Bréfritari: Þórarinn Stefánsson
Dagsetning: A-1934-06-19
Skrifað á: Vesturheimi

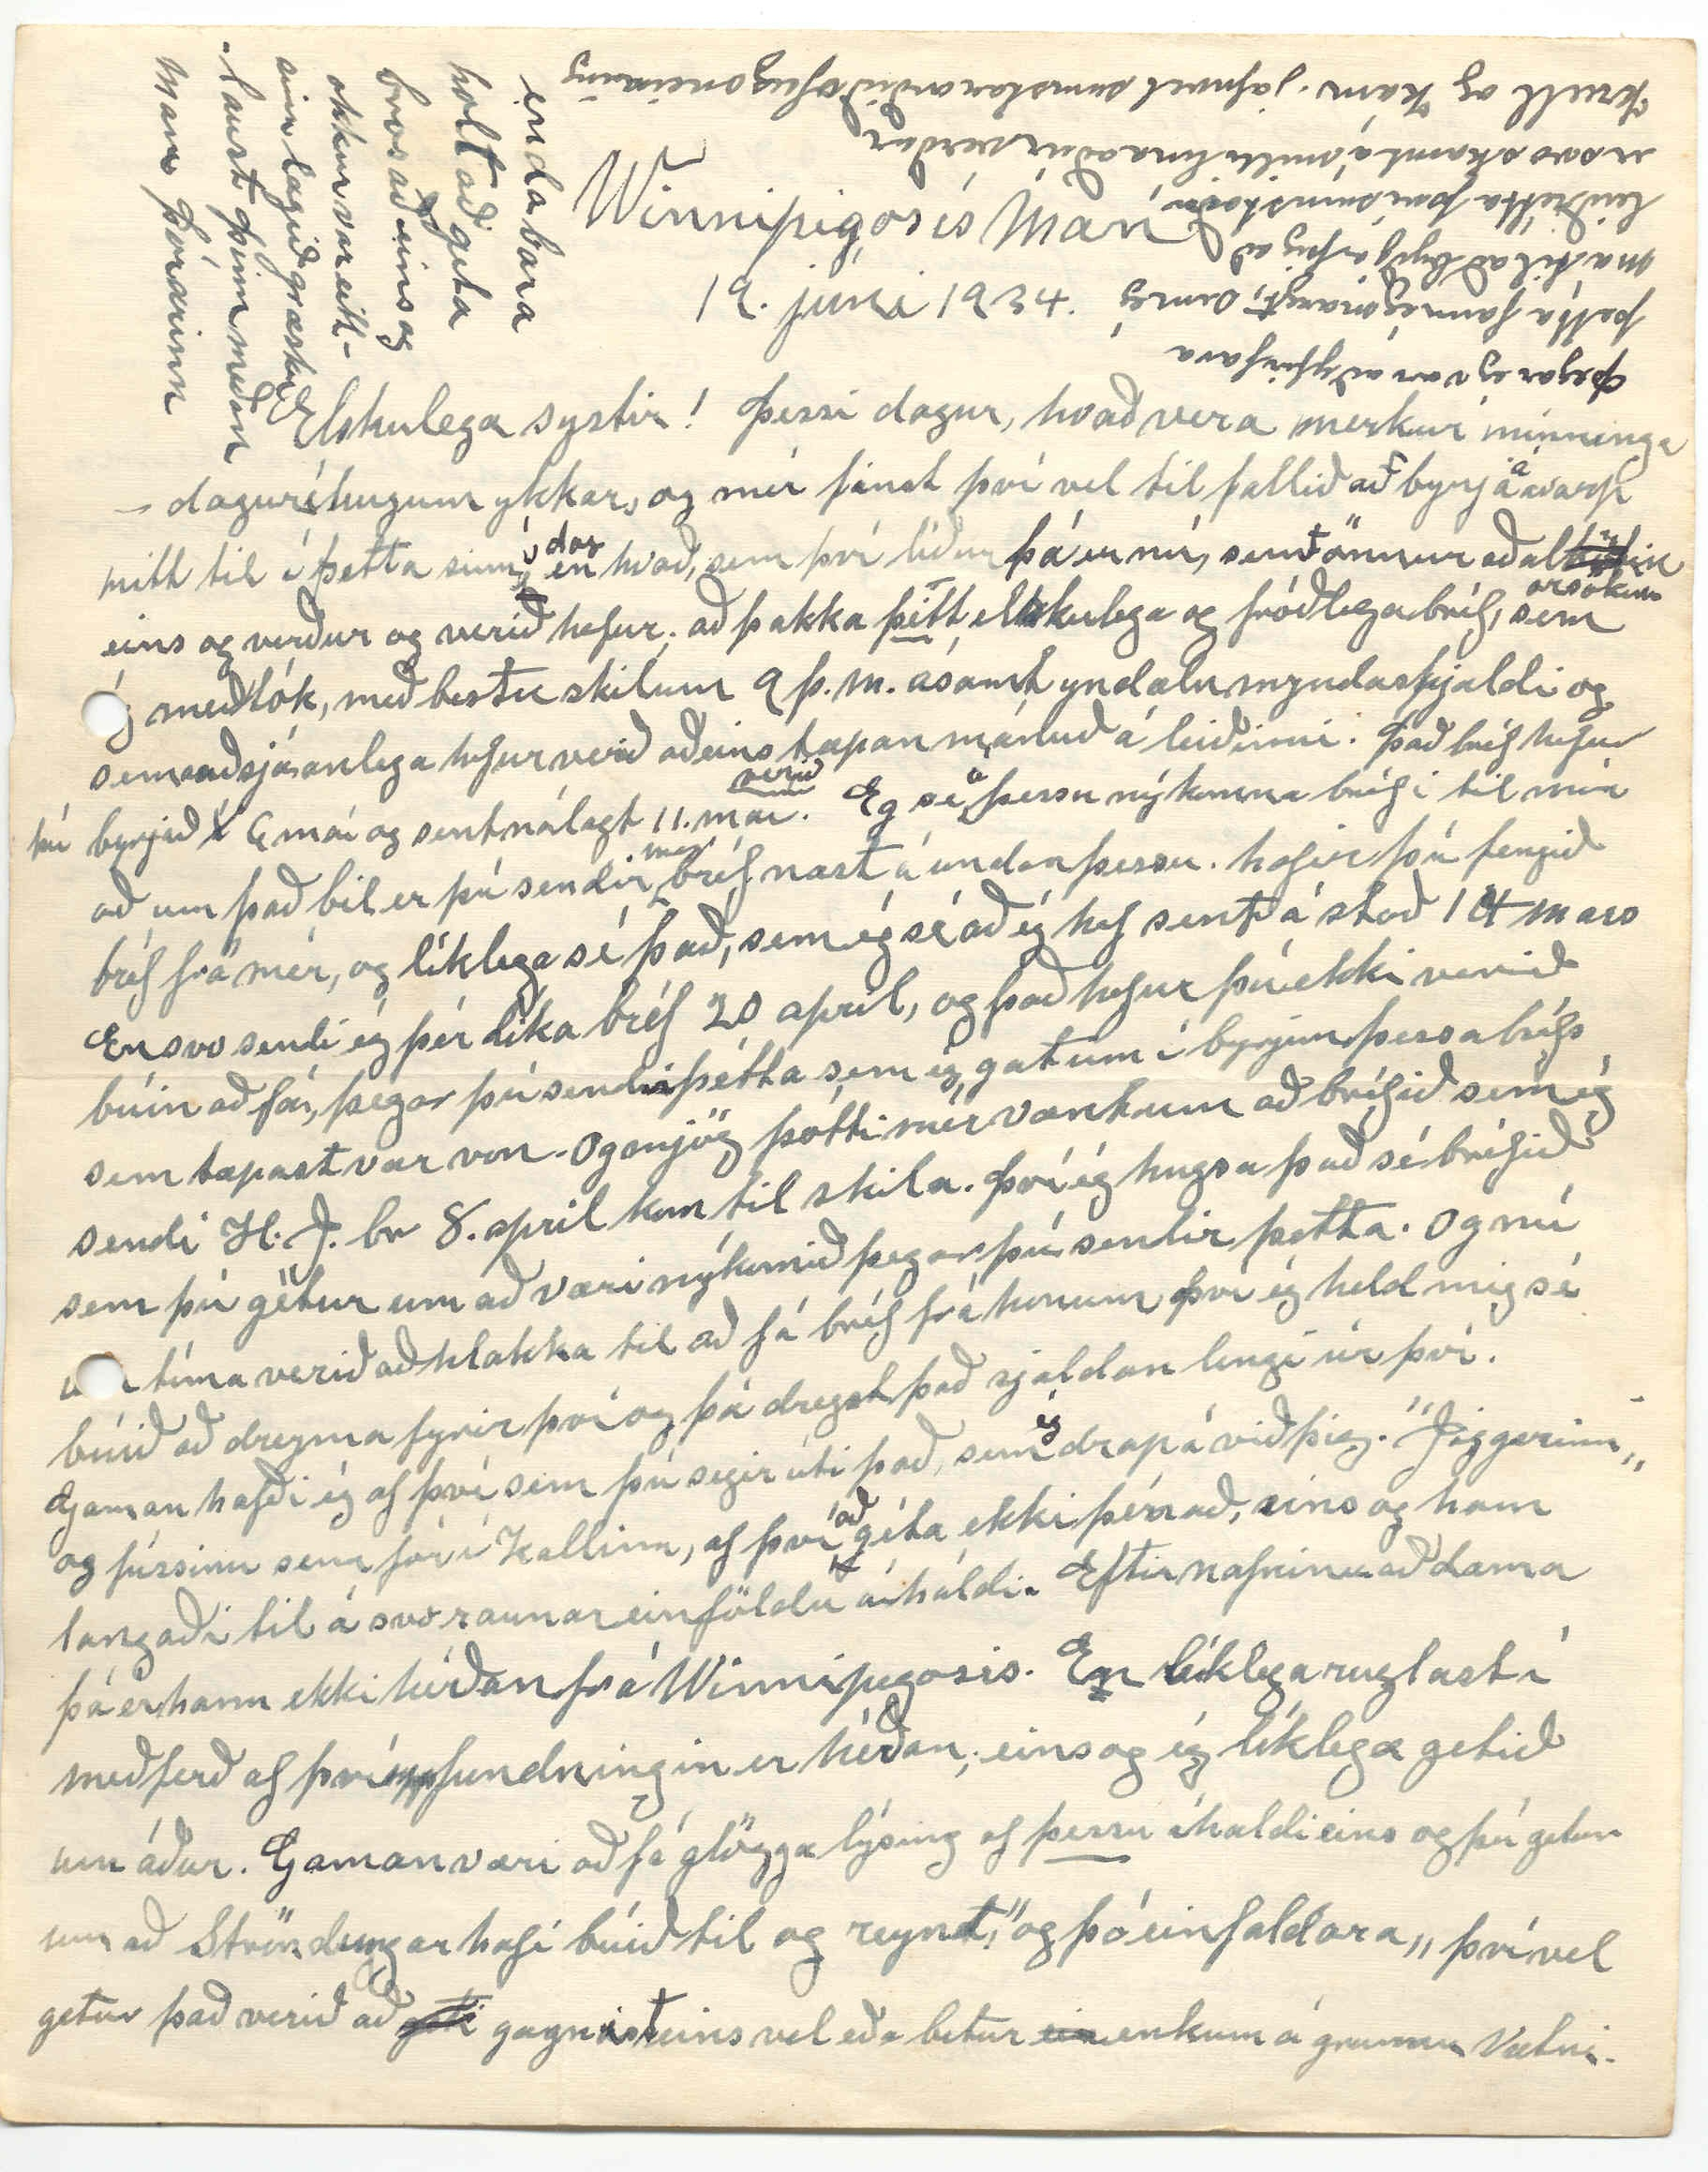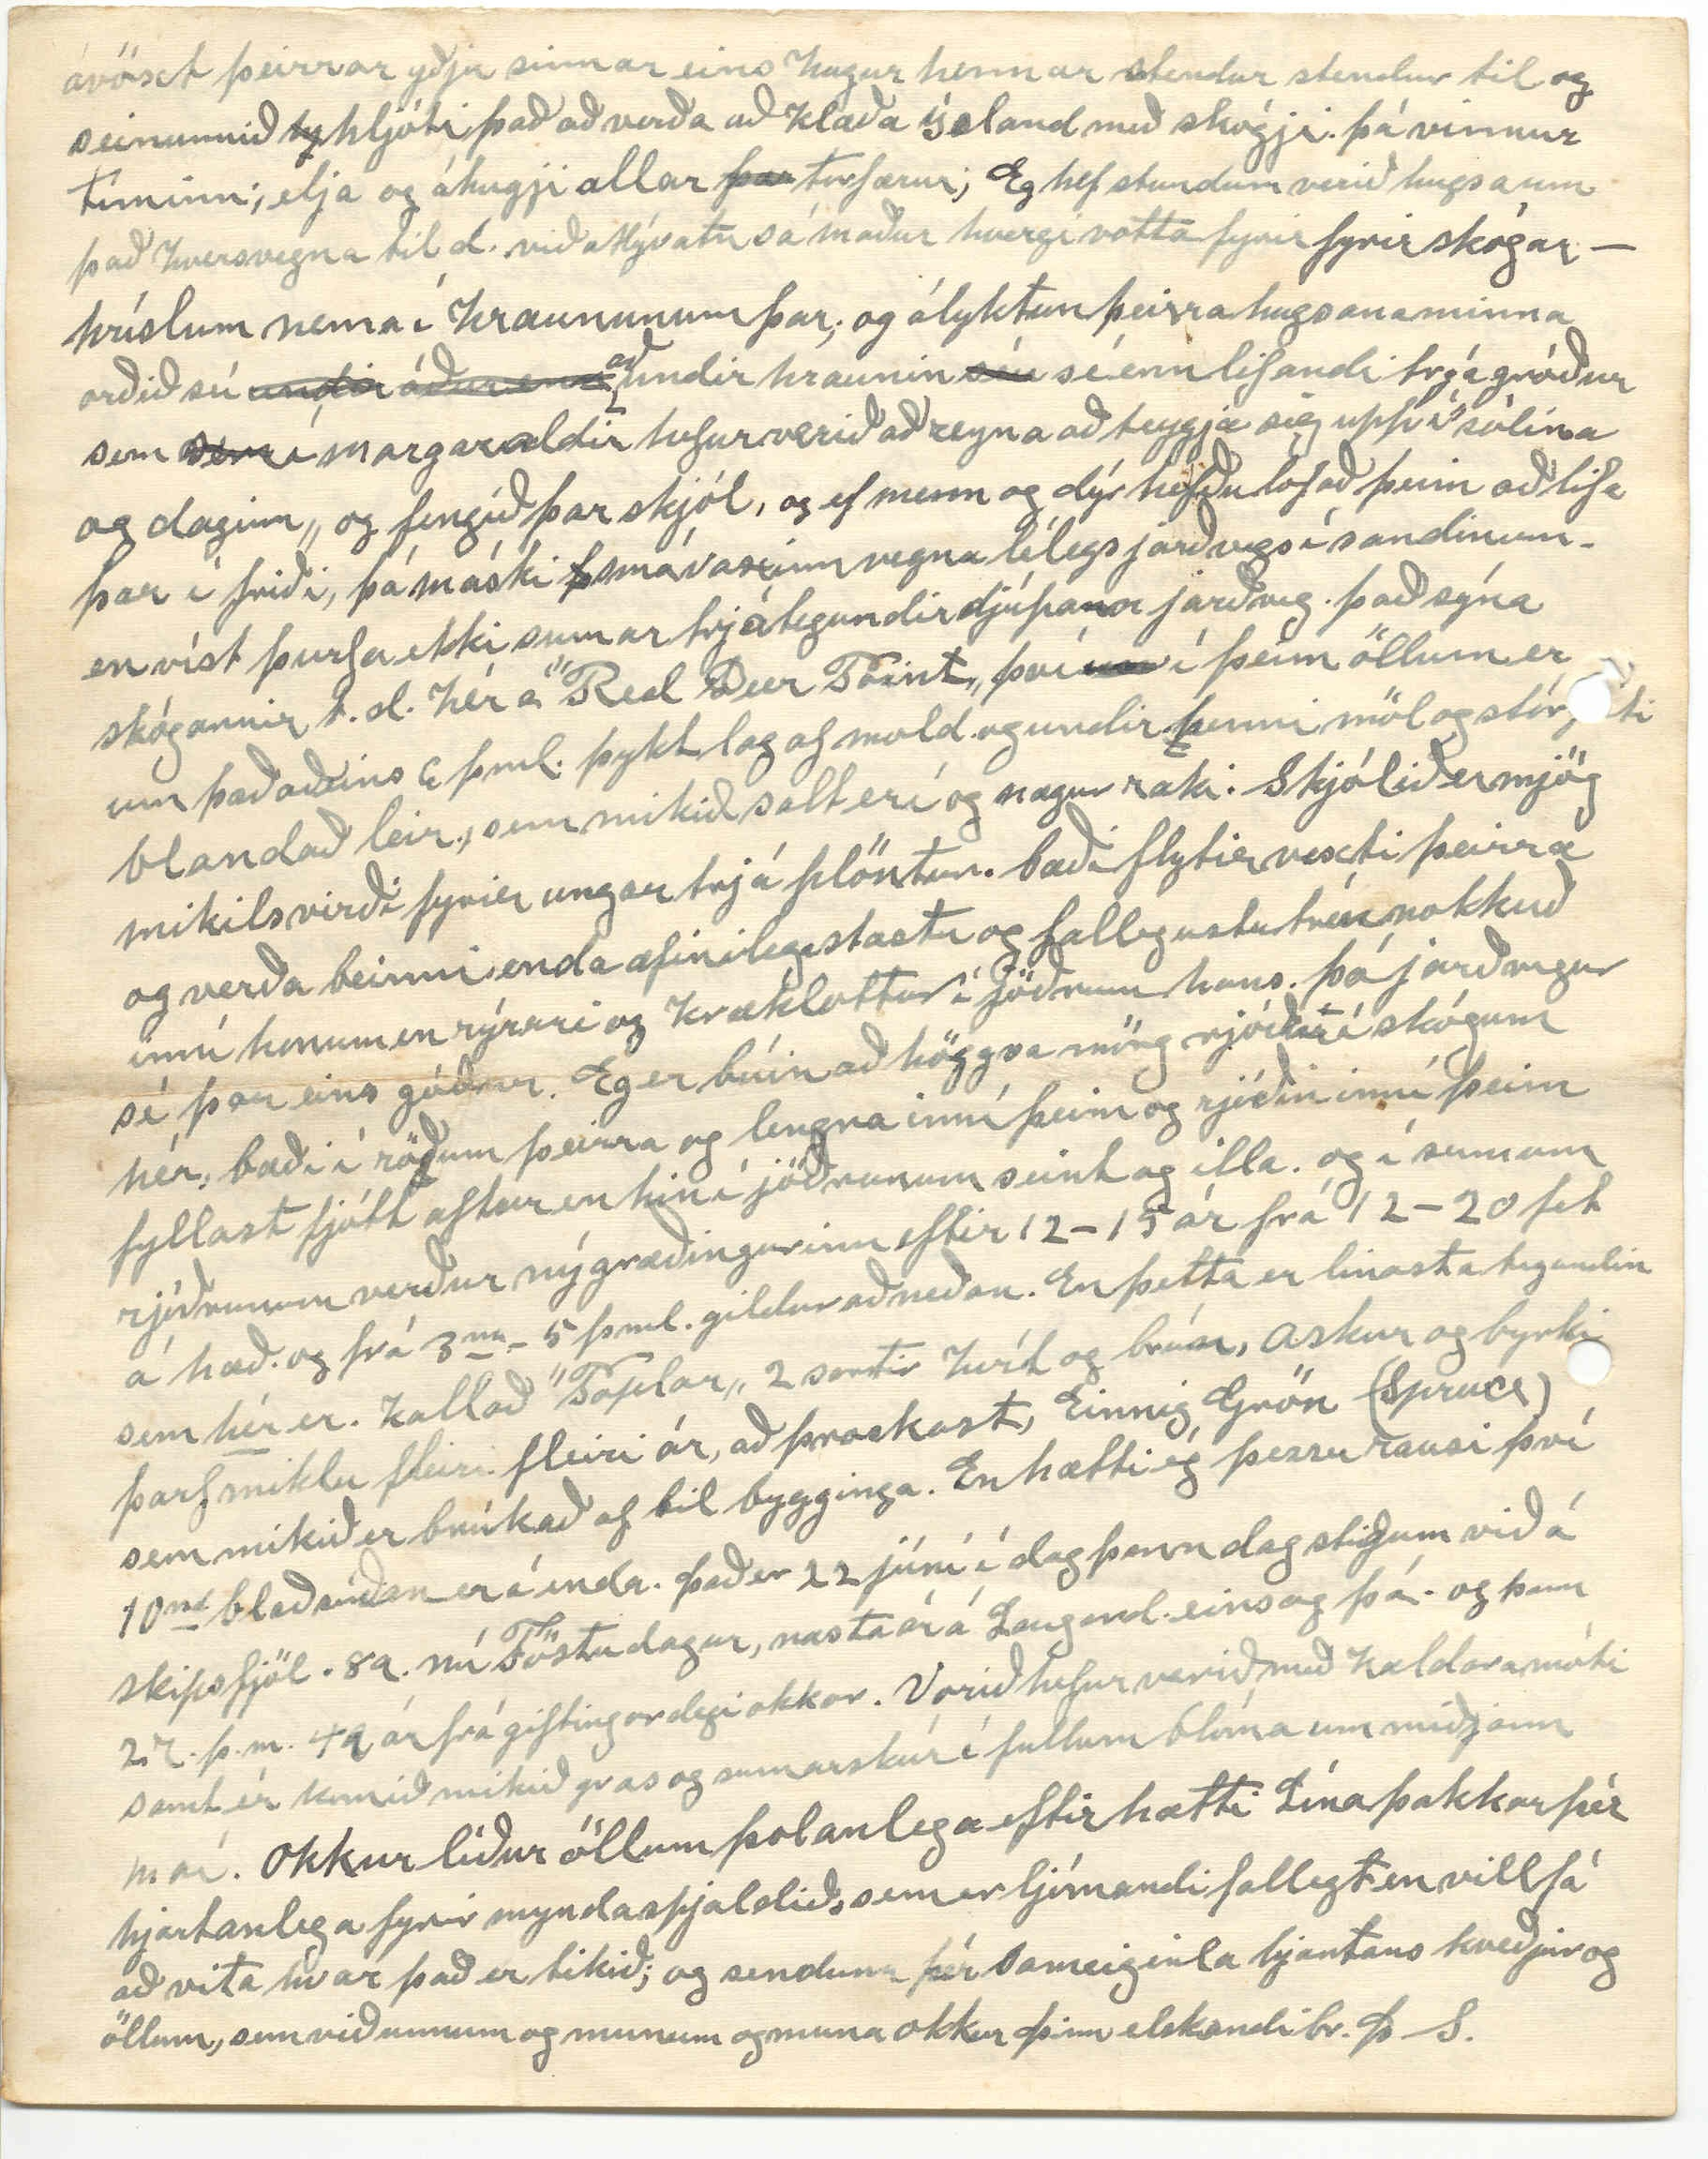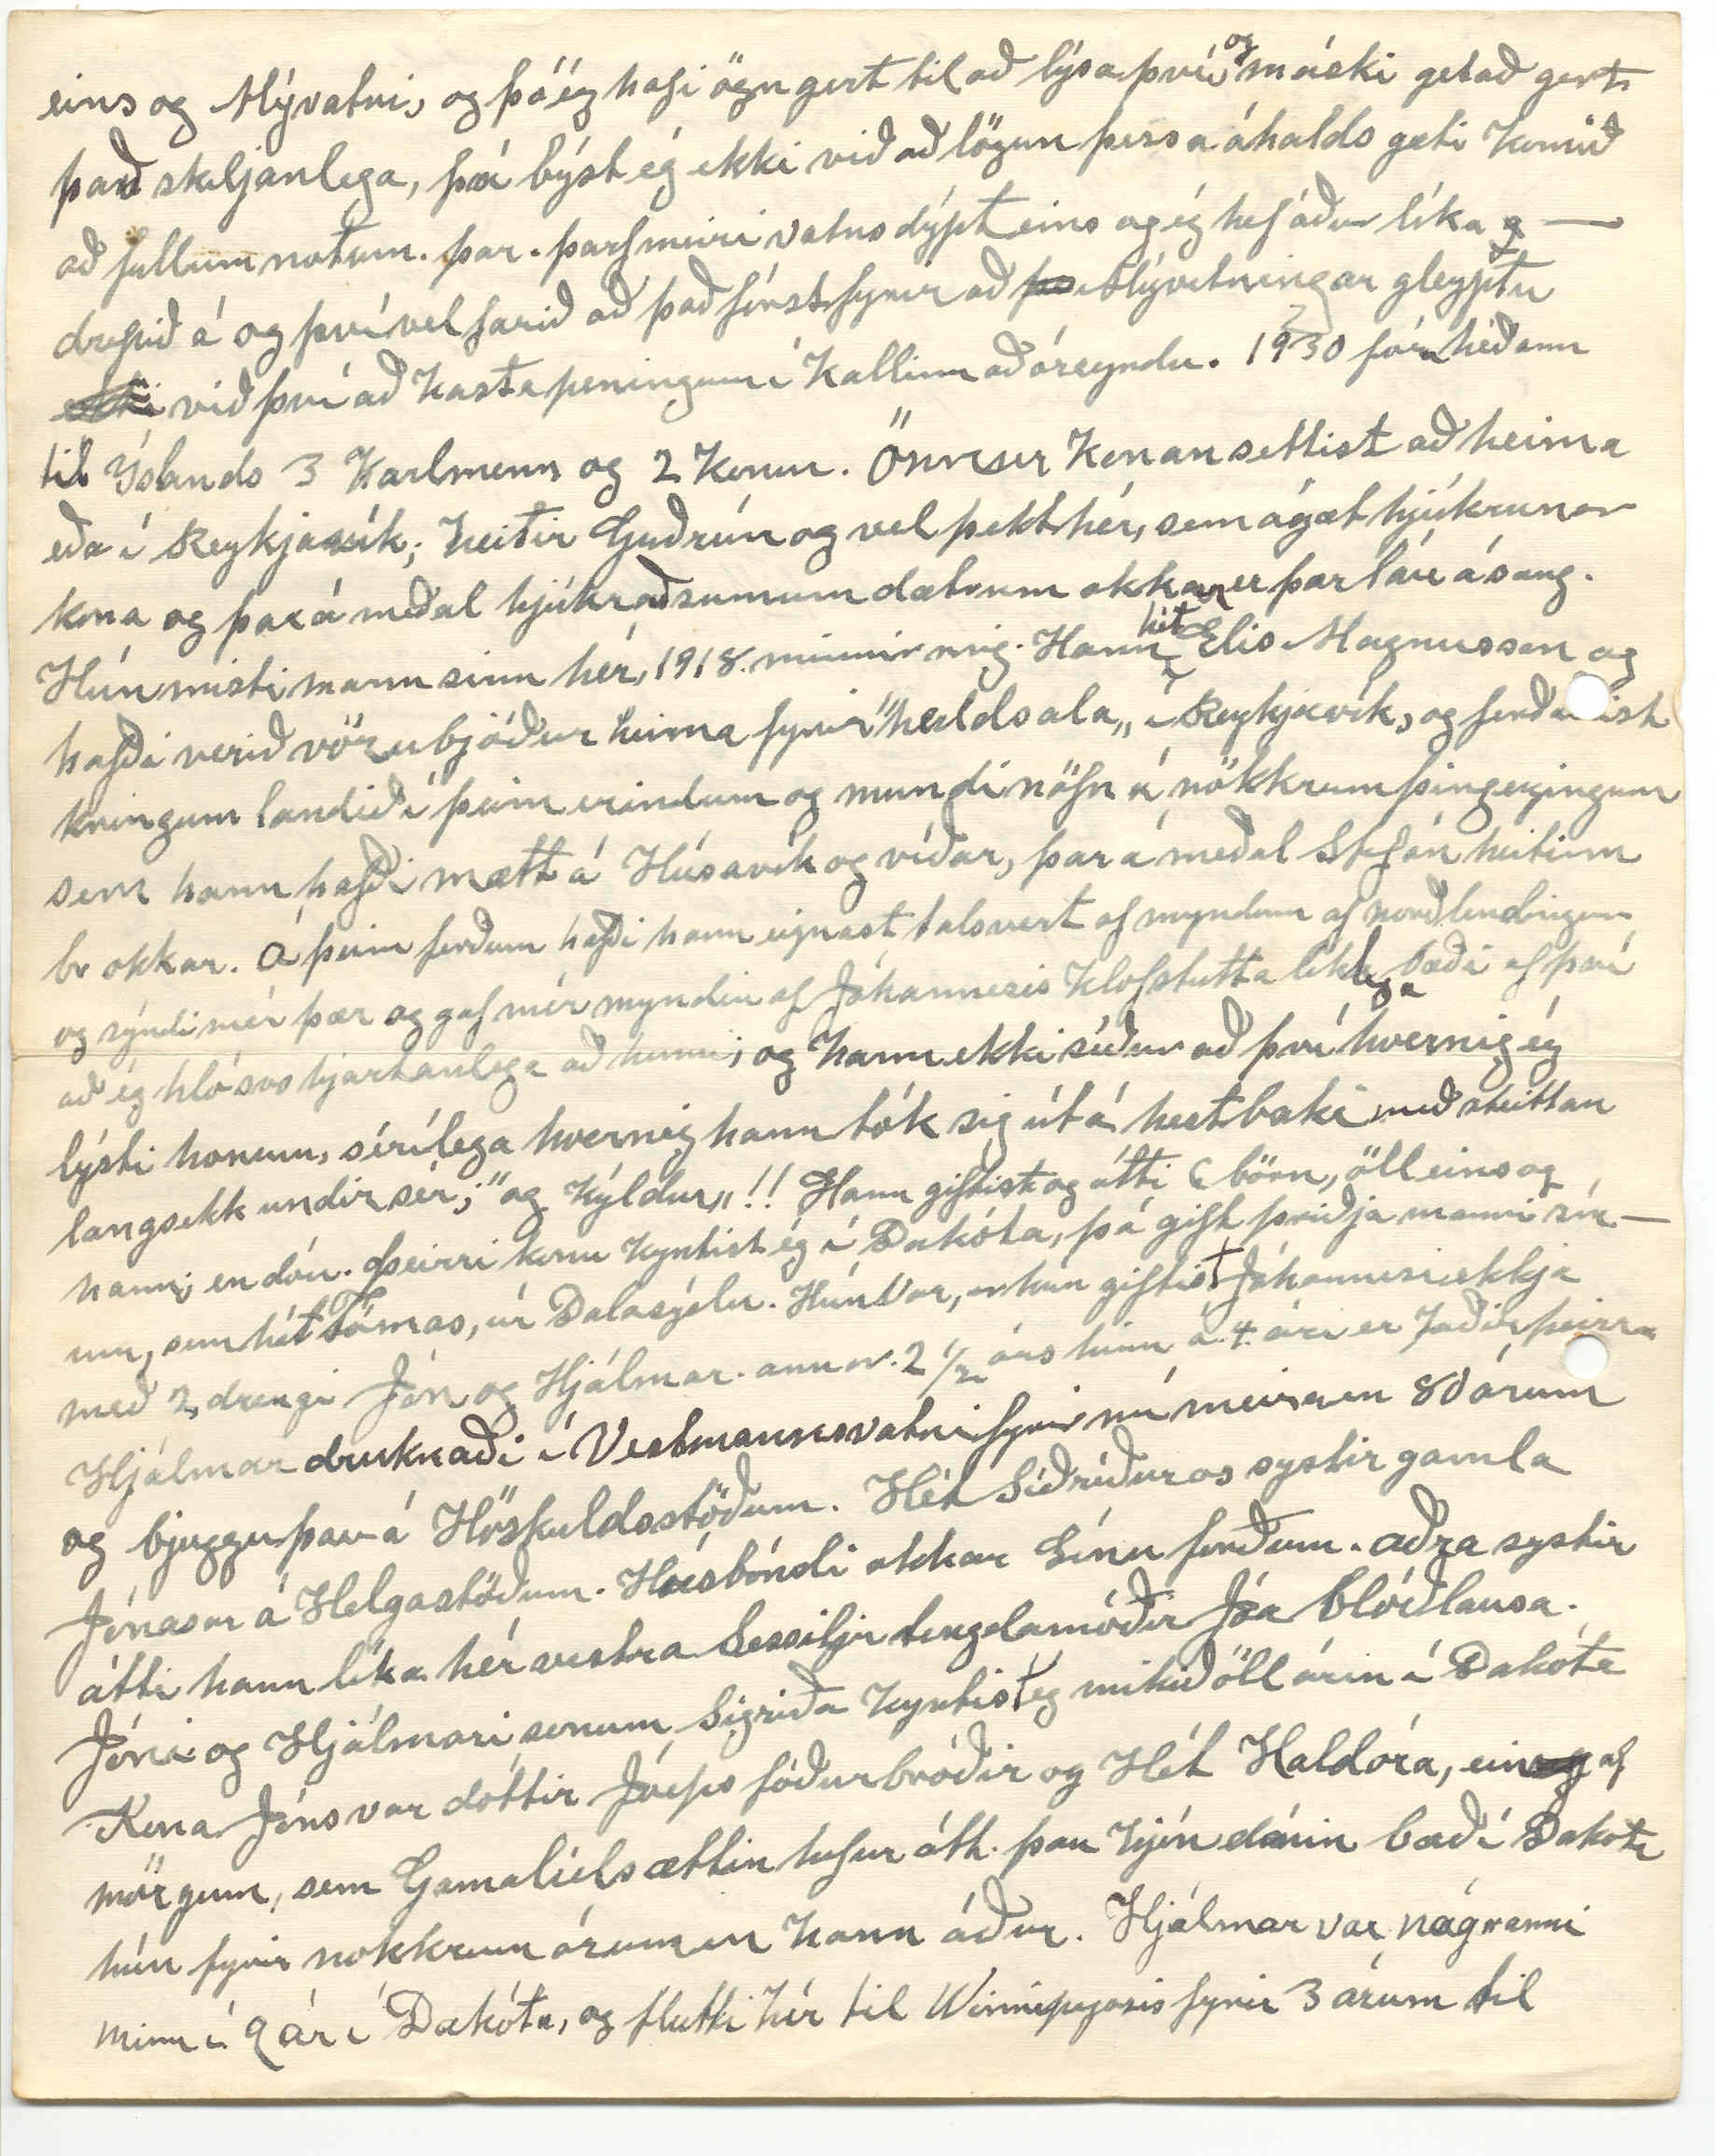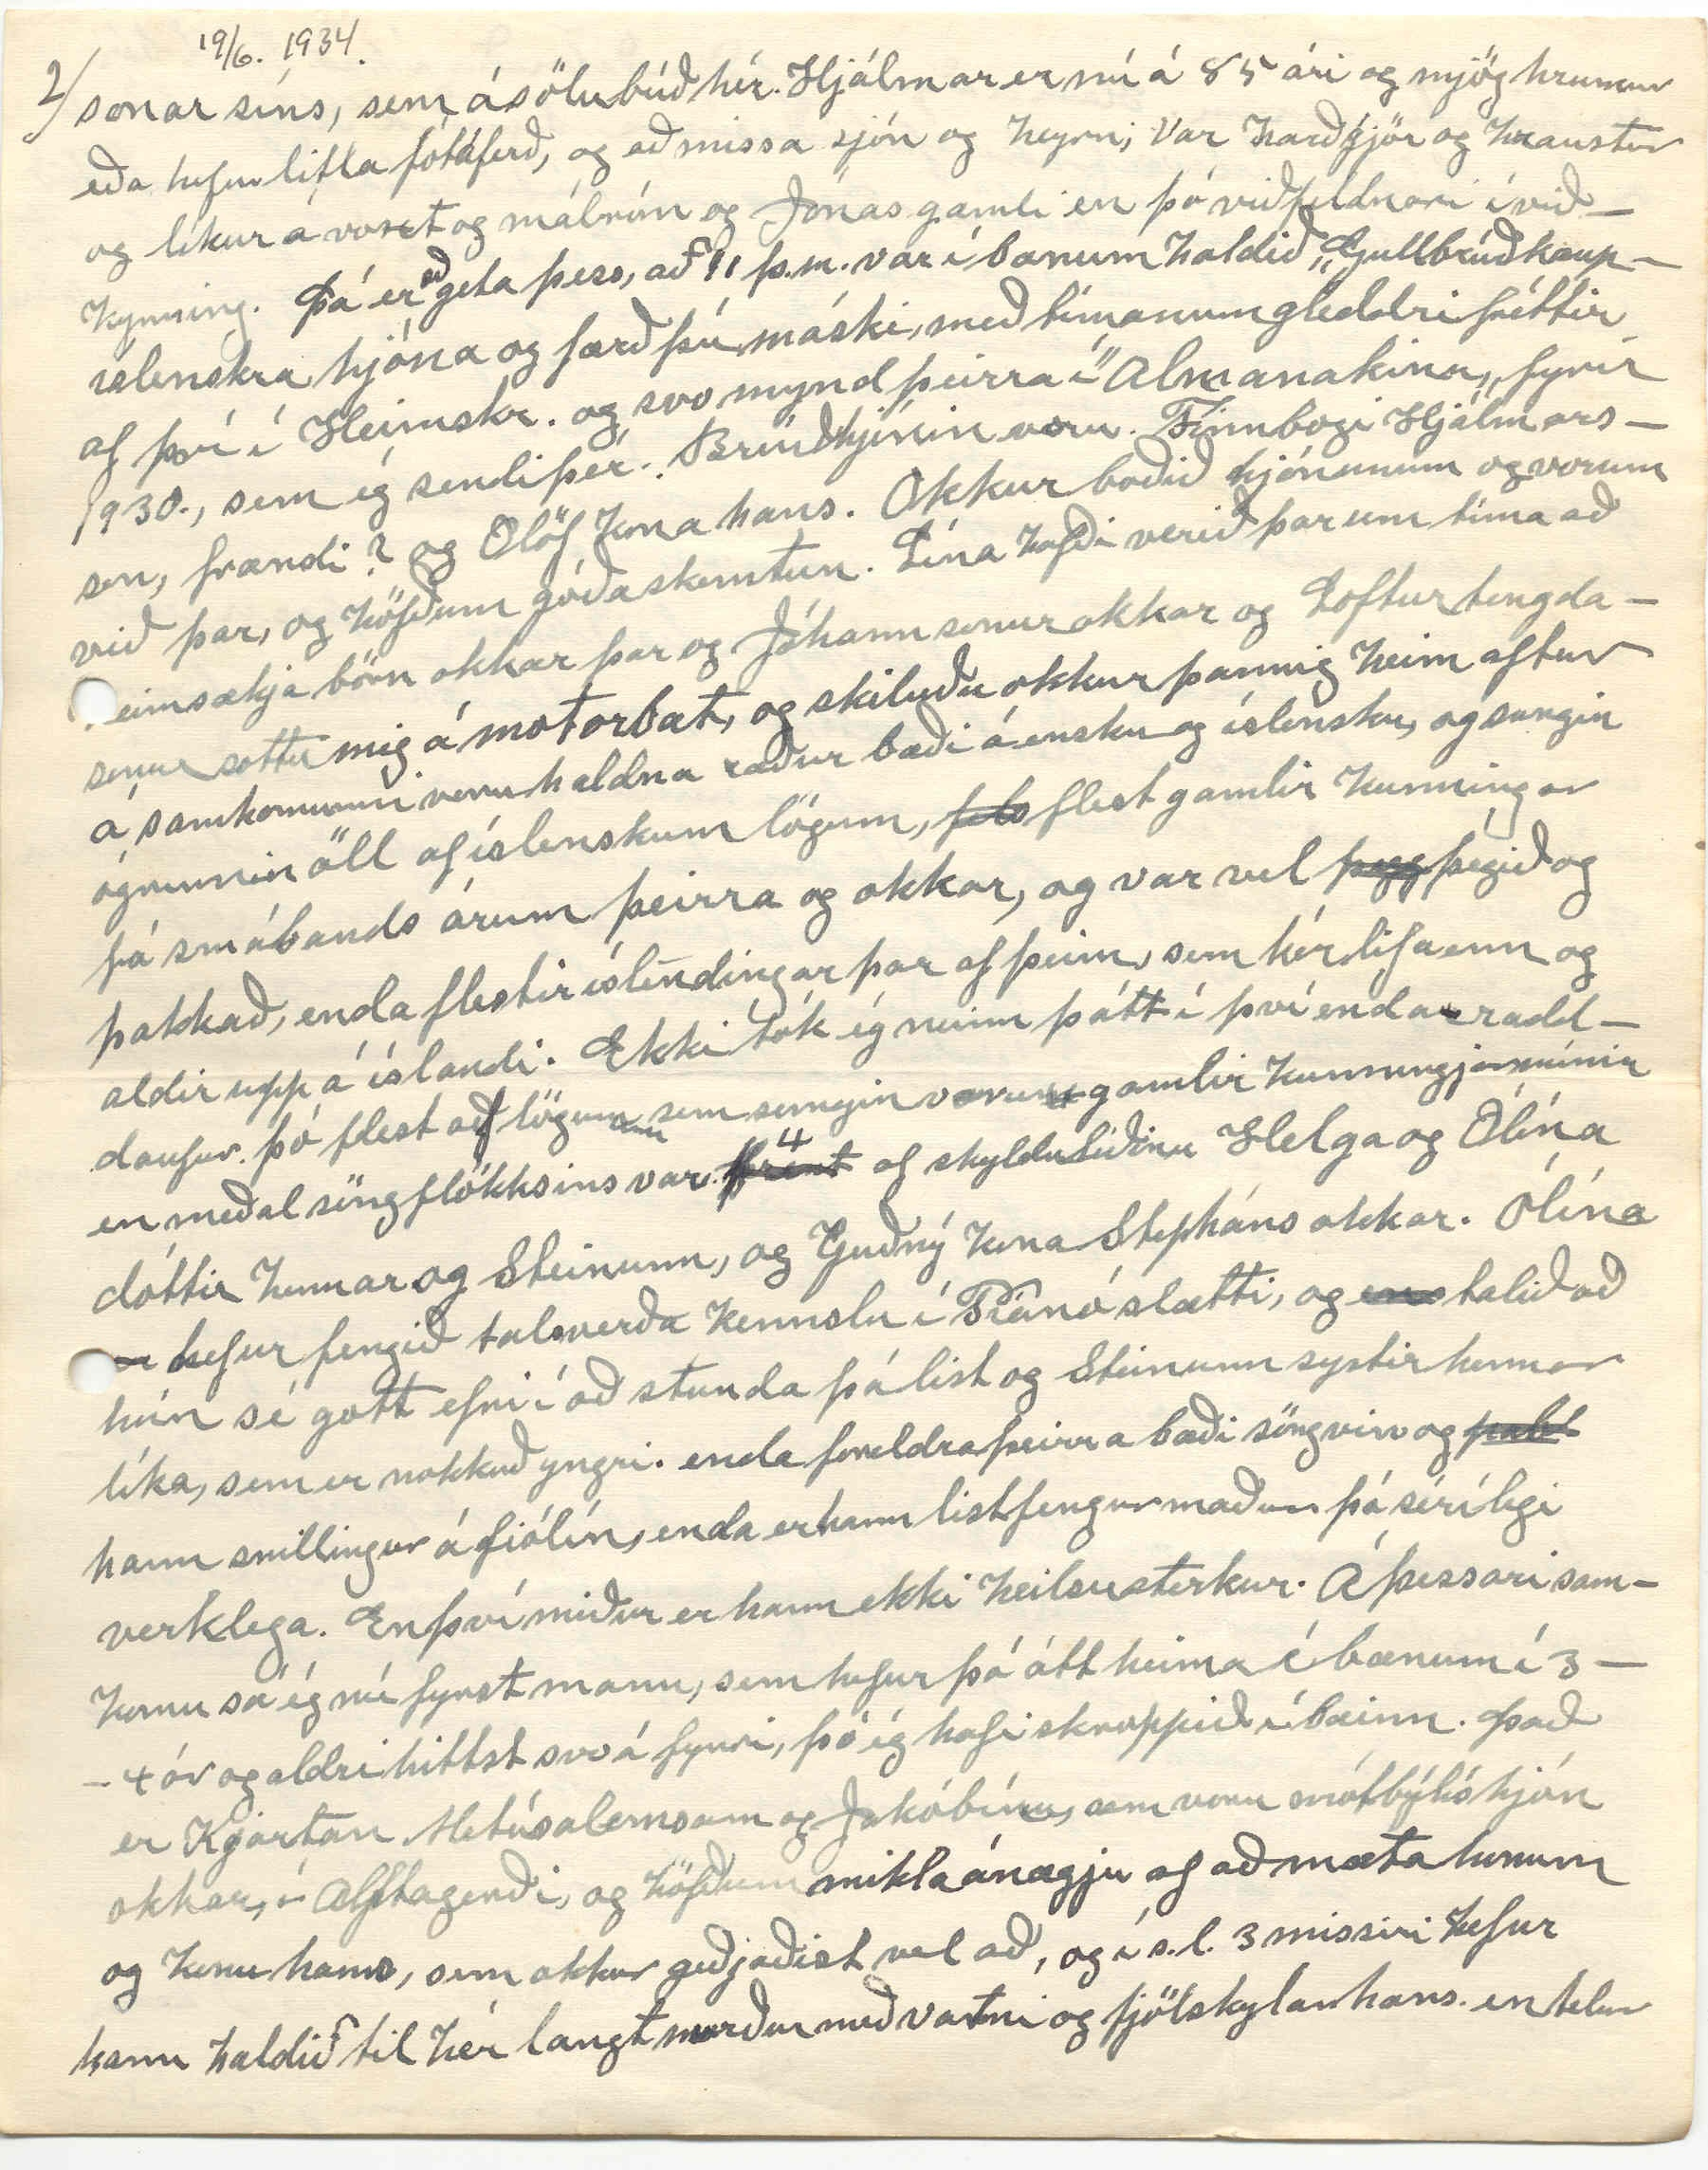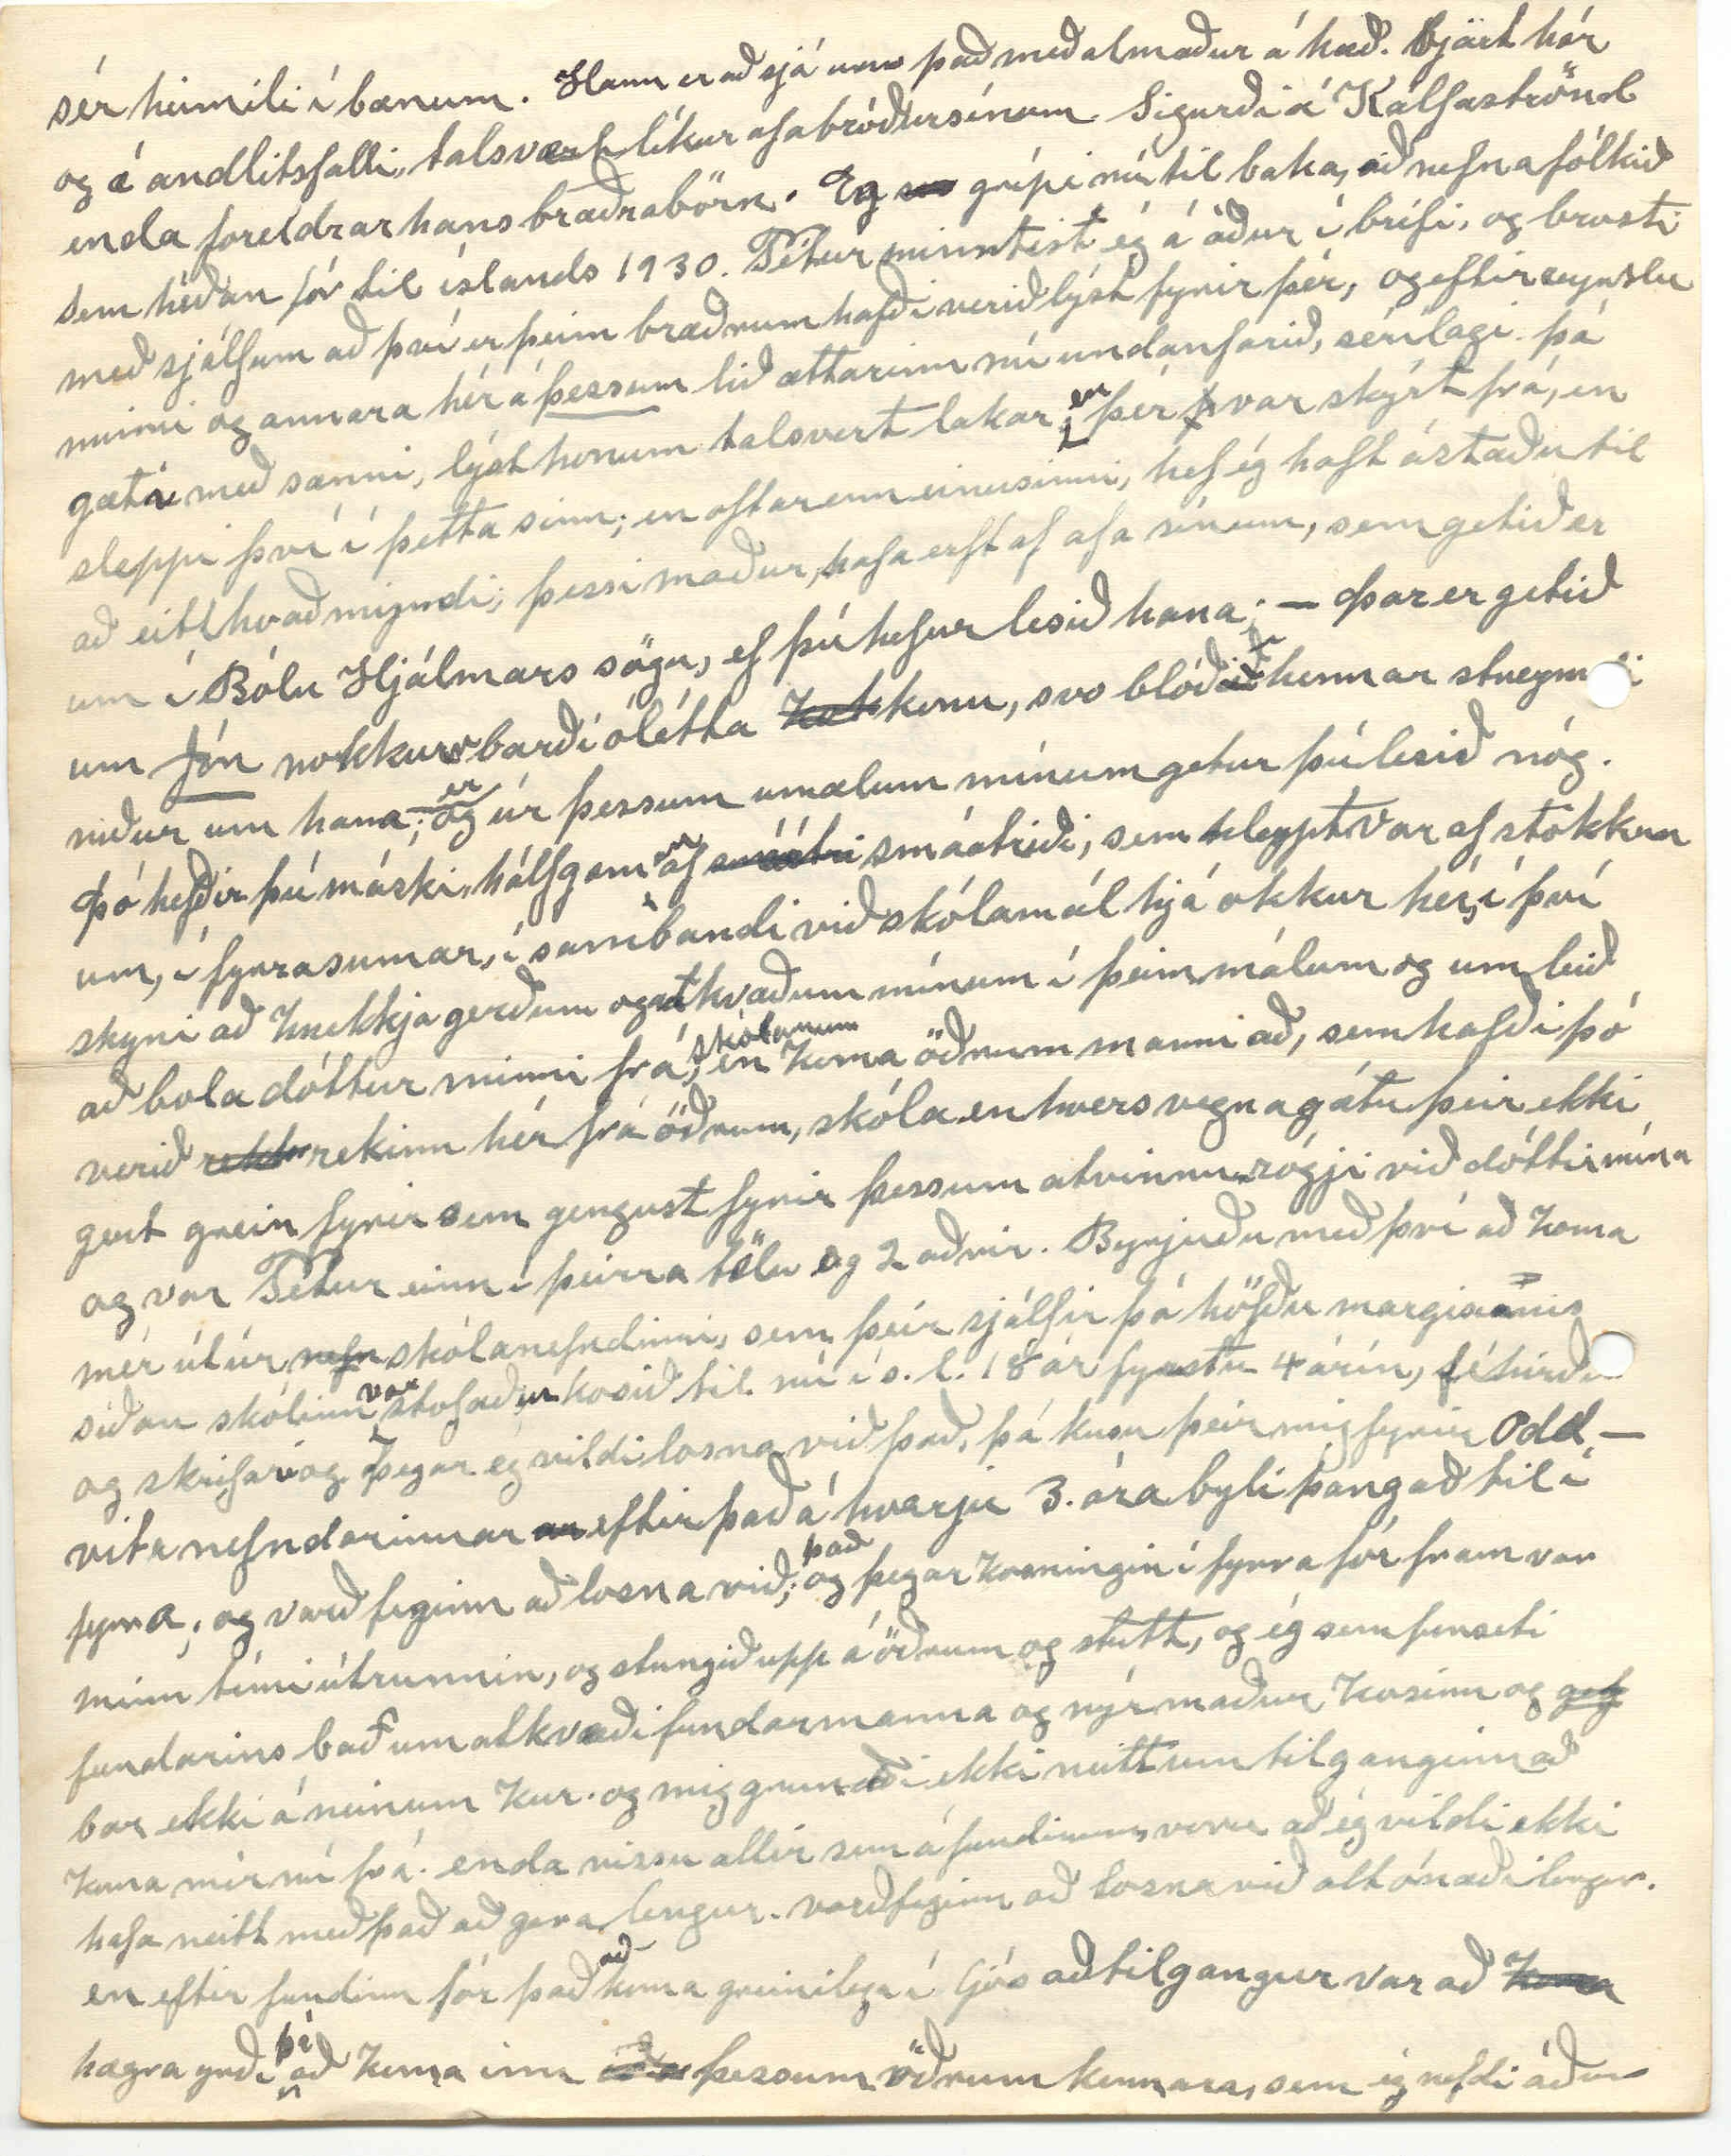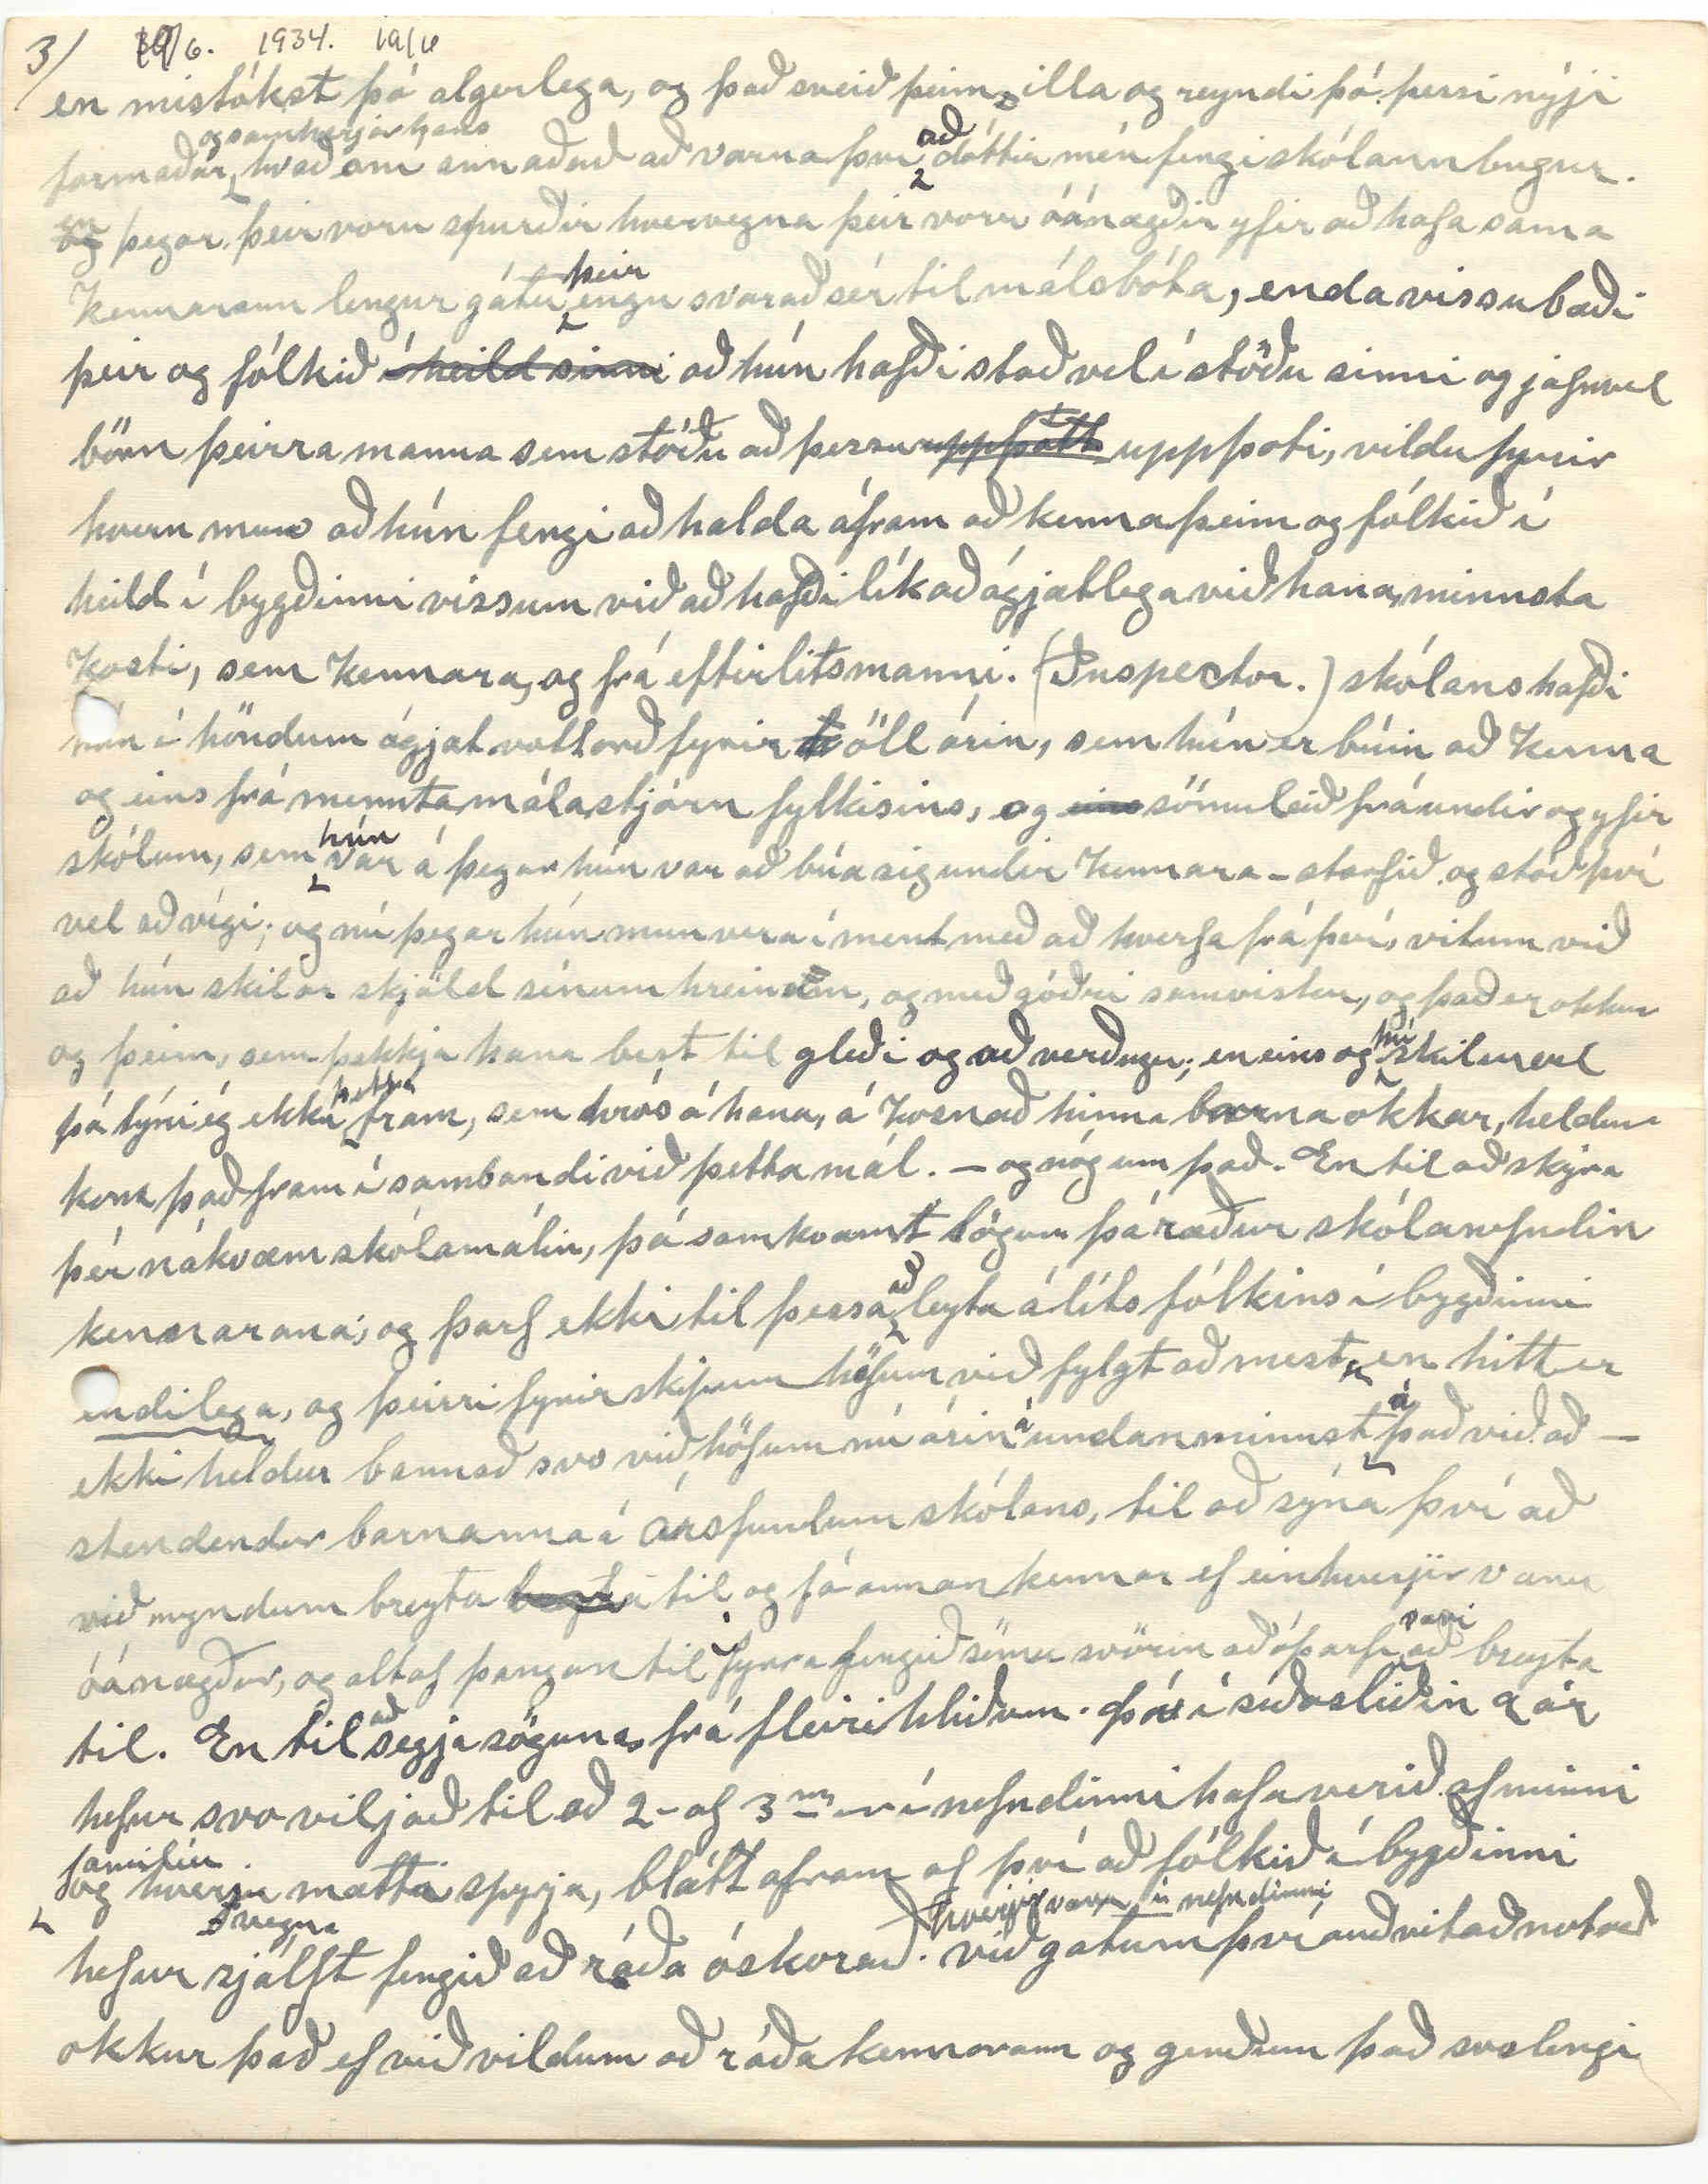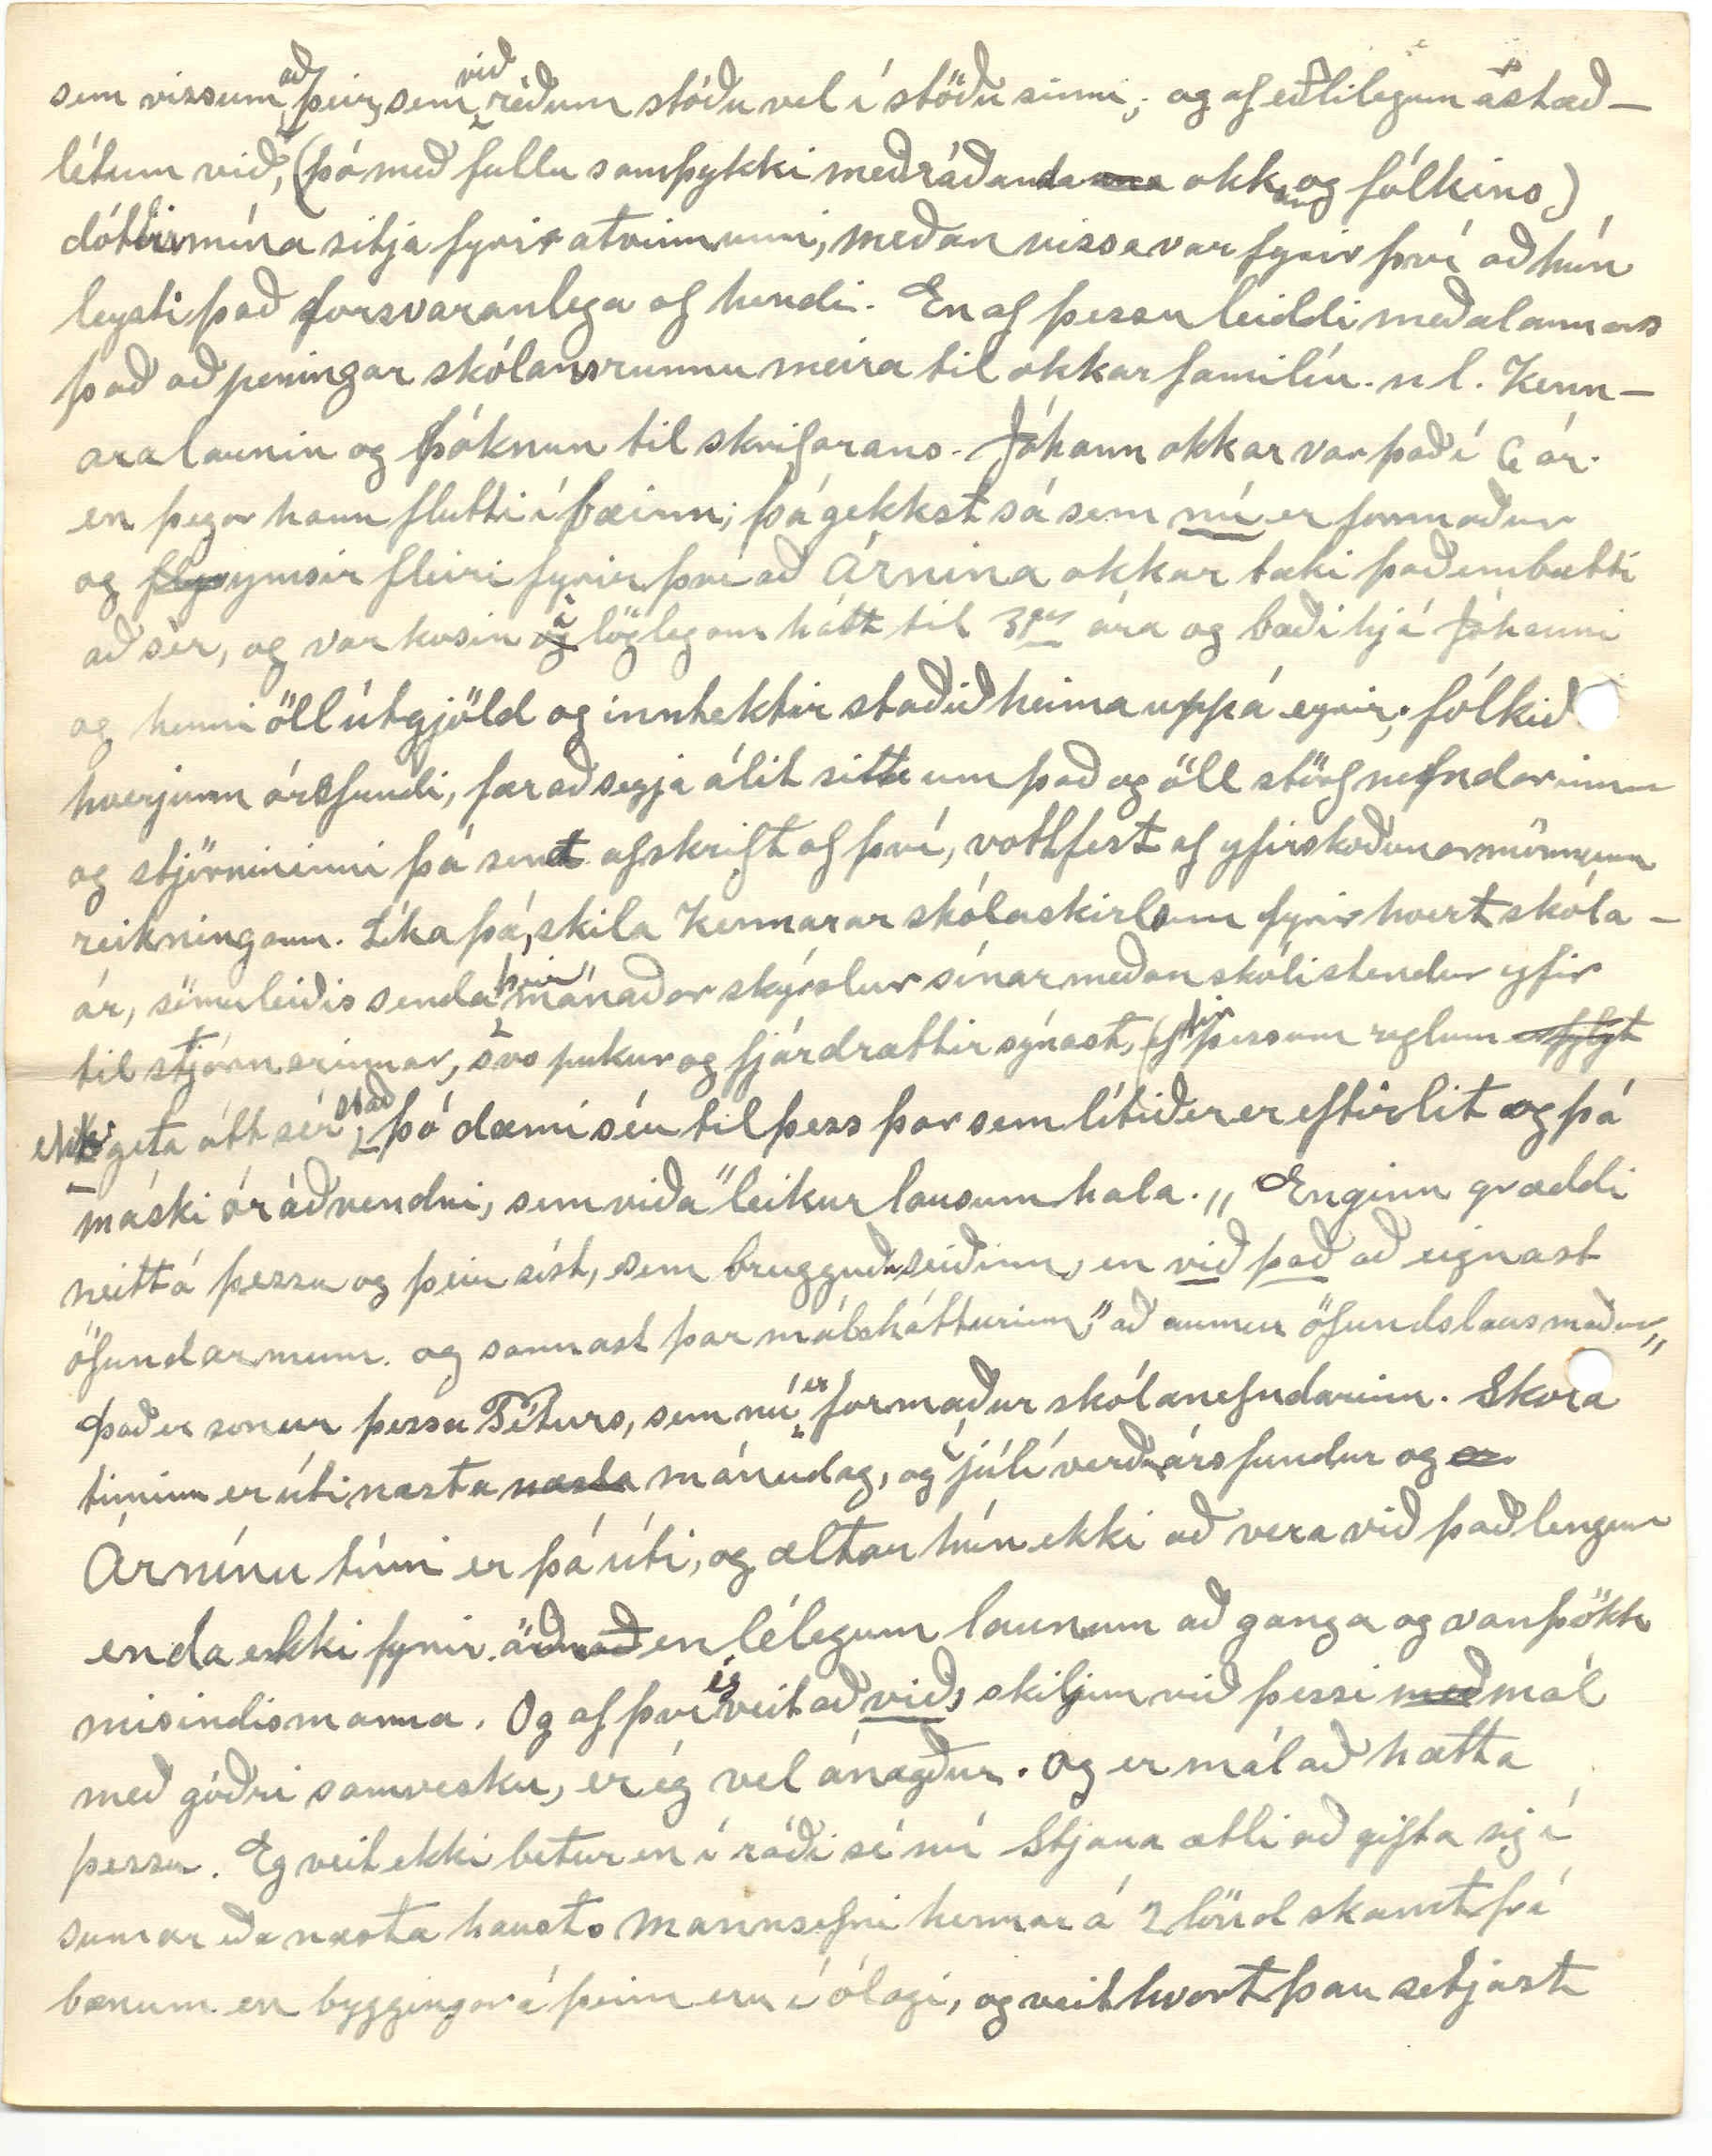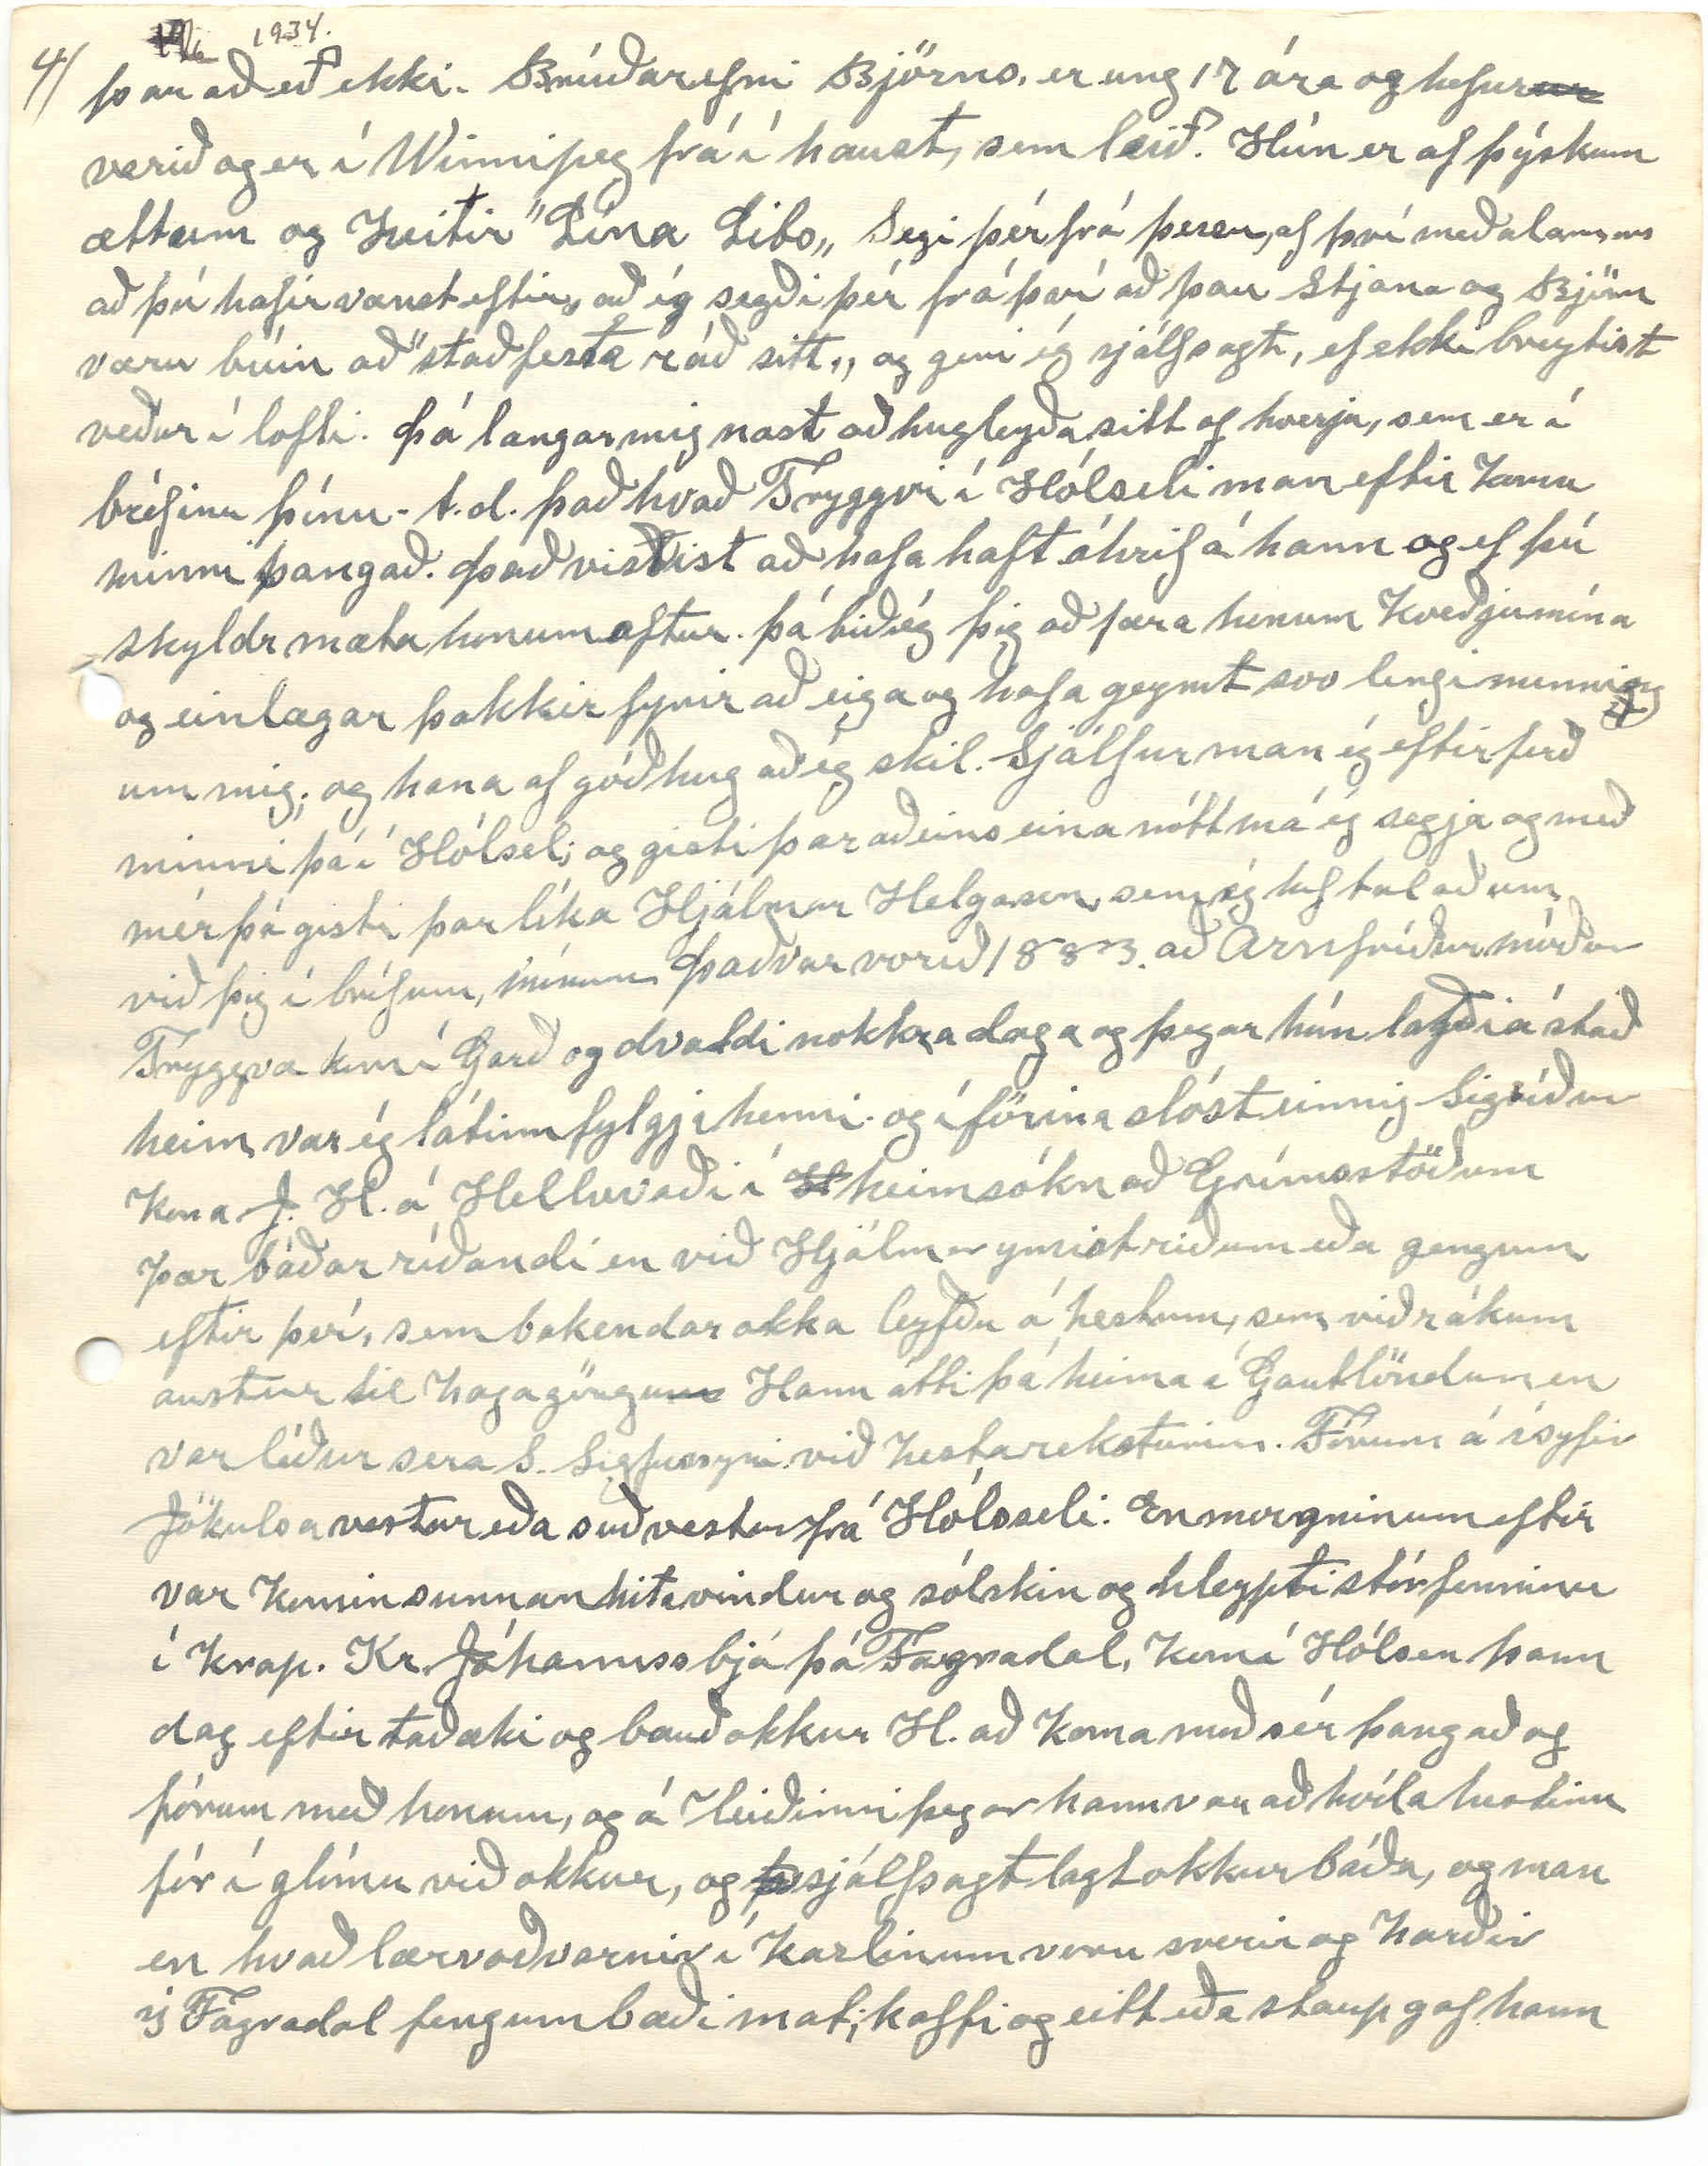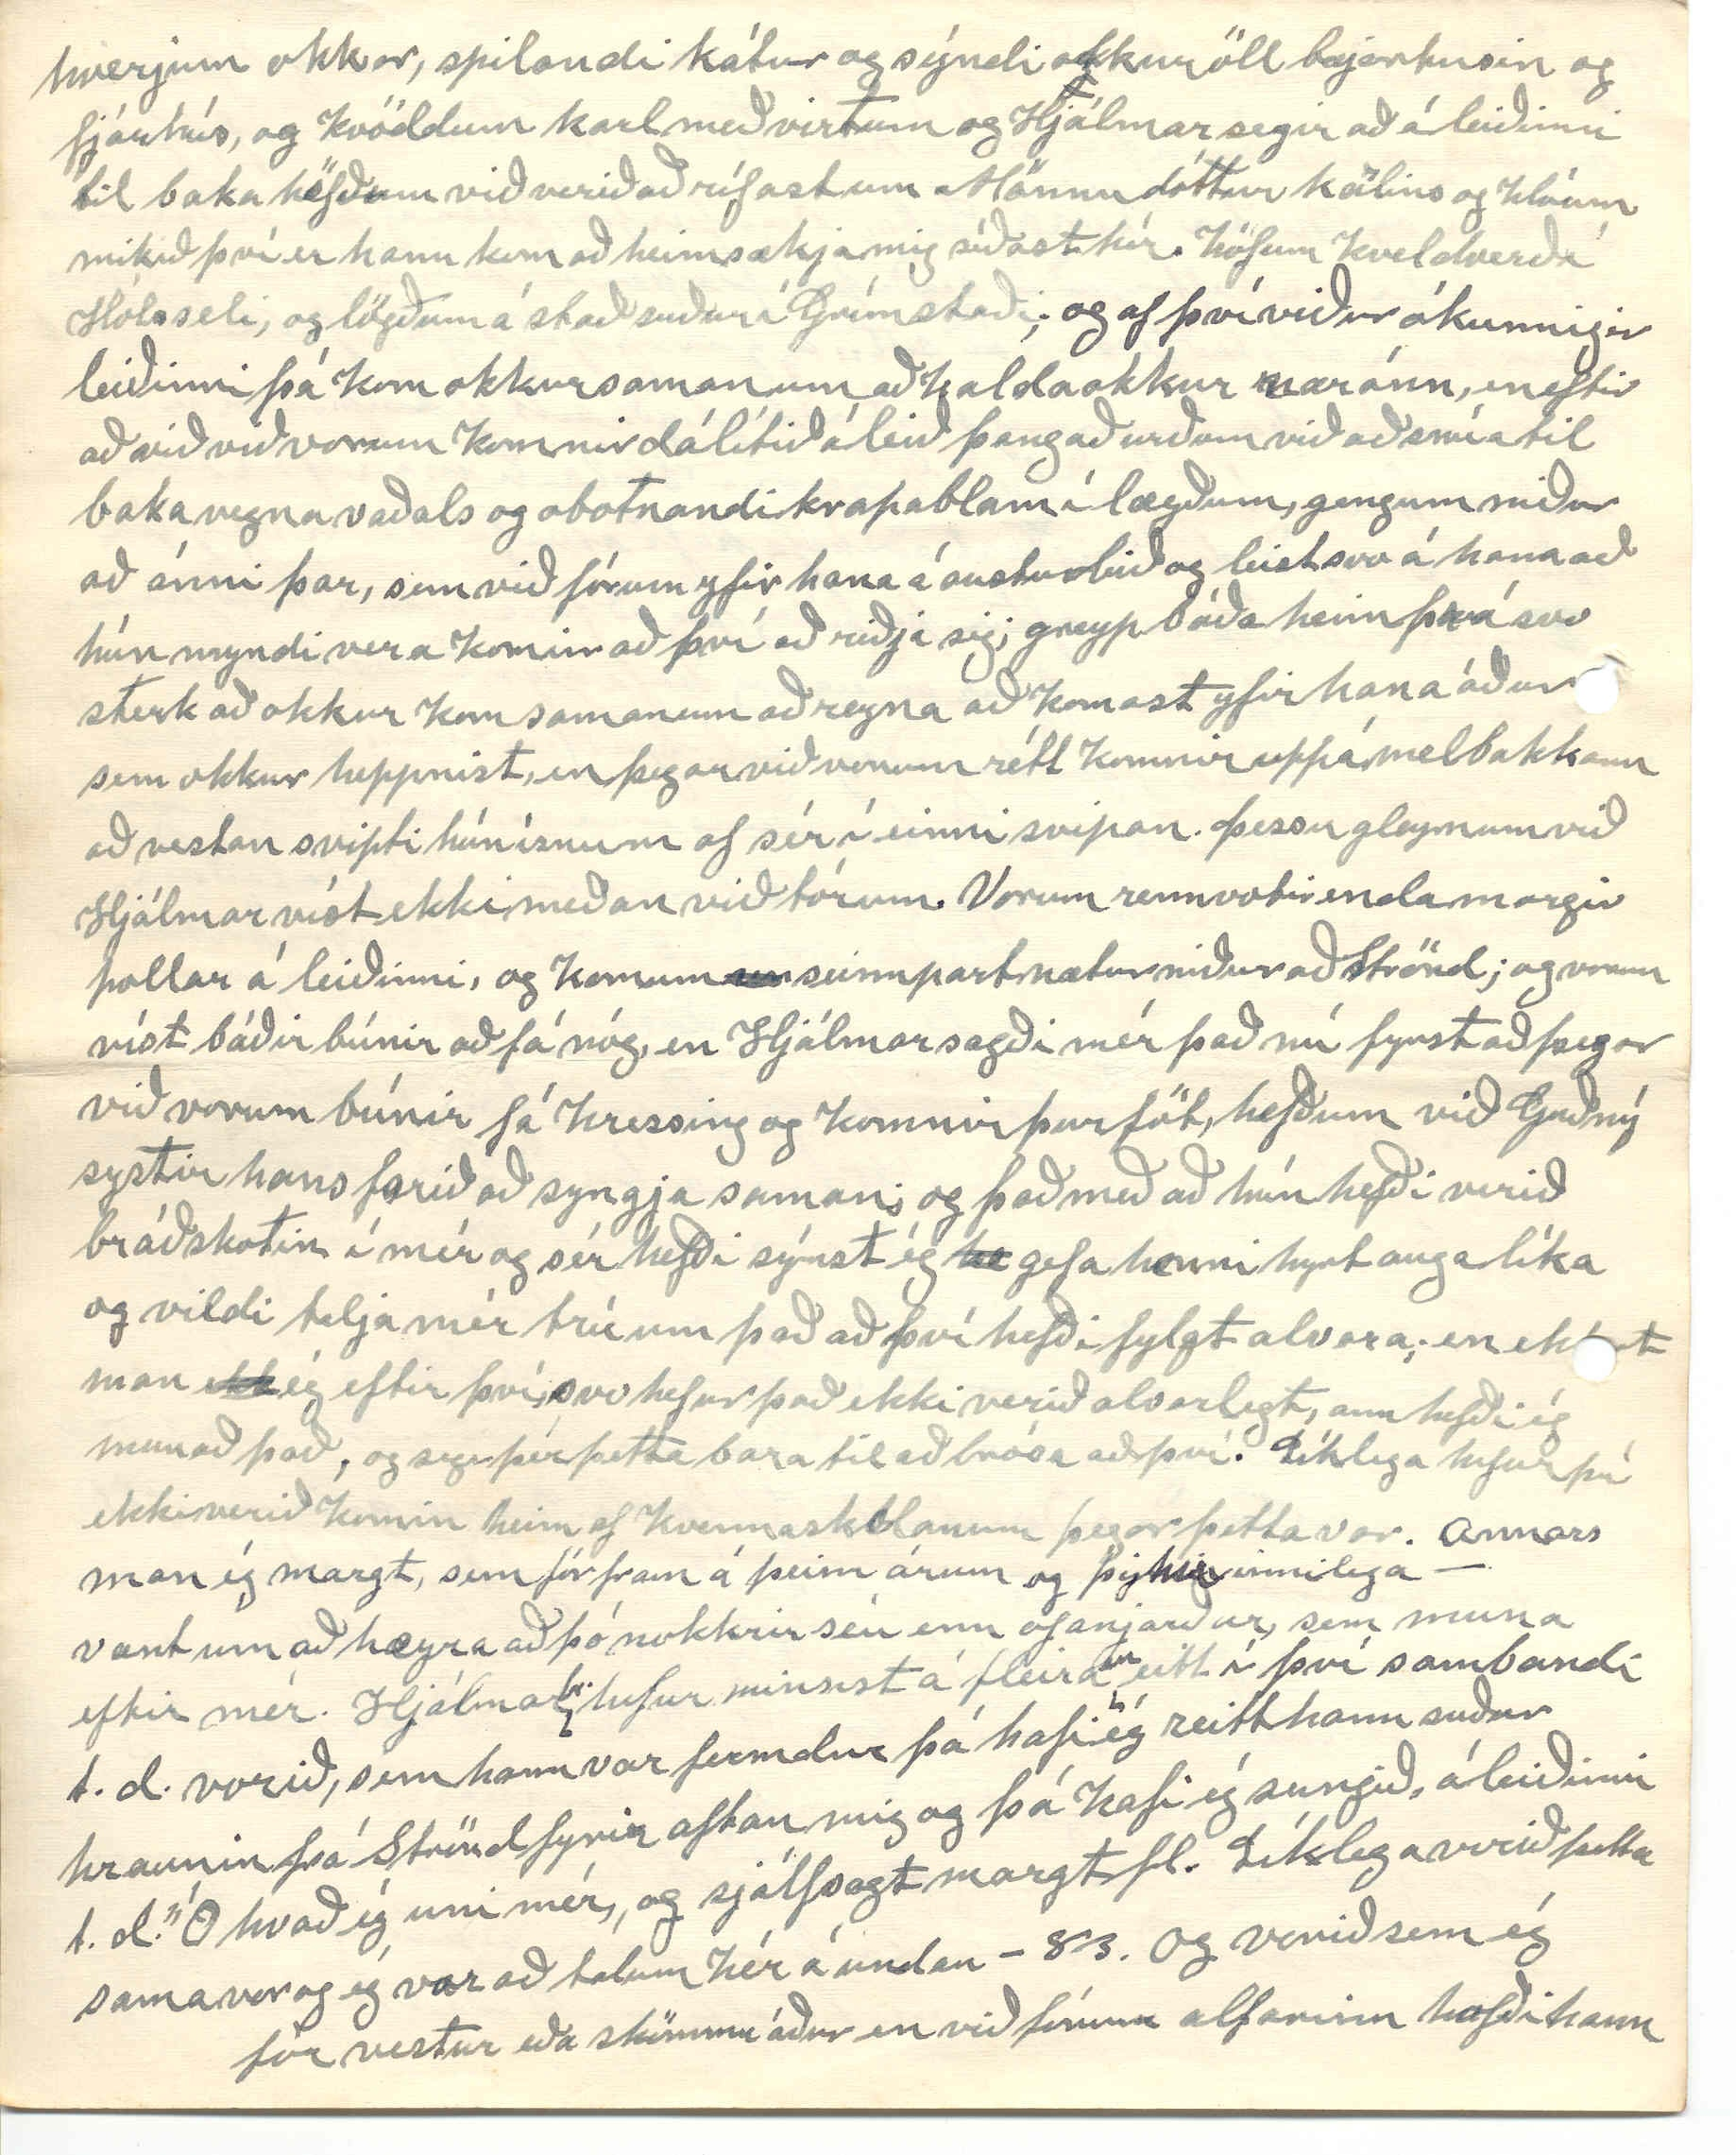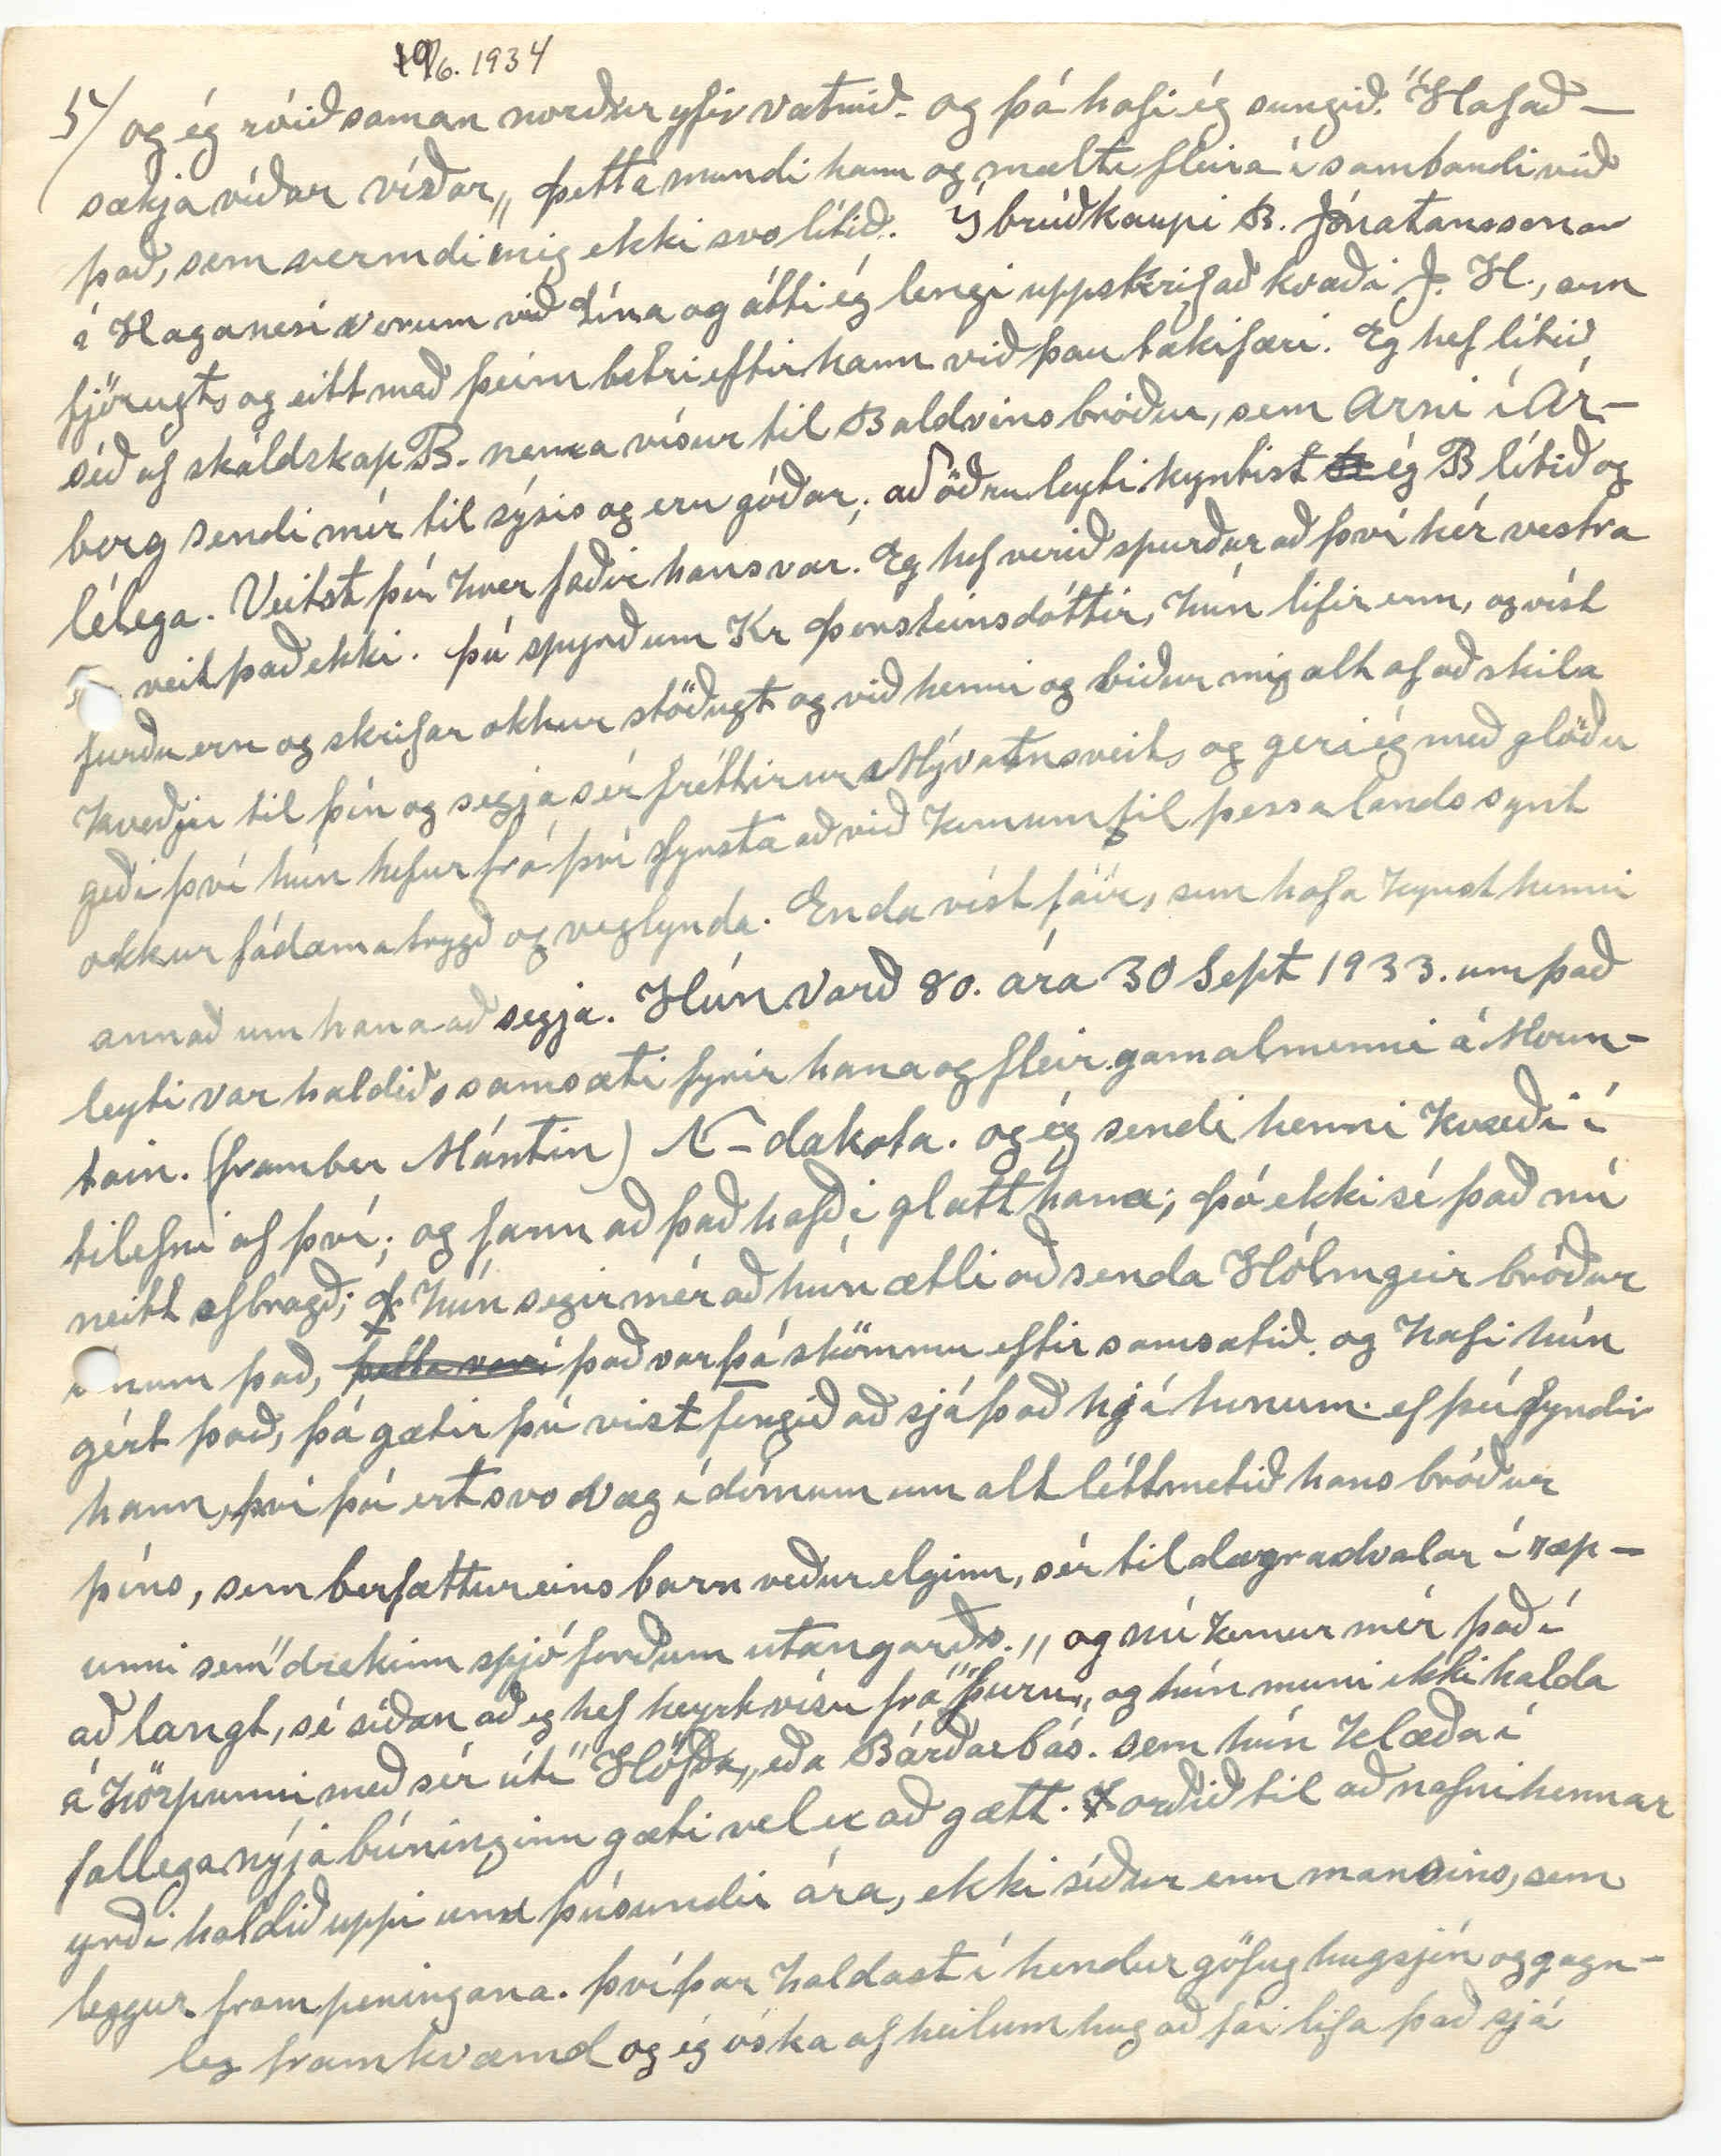

Winnipigosís Man
19. júni 1934.
Þegar ég var að yfirfara þetta fann ég margt, sem ég má til að byðja þig að leiðrétta því sumstaðar er svo skamt á milli lína að úr verður krull og kám. jafnvel sumstar orðið ofug meining enda bara holt að geta brosað eins og okkur var eittsinn lagið græskulaust Þinn meðan man Þórarinn
Elskulega systir! Þessi dagur, hvað vera merkur minningadagar í hugum ykkar, og mér finst því vel til fallið að byrja
á
varp mitt til í þeta sinn
í dag
en hvað, sem því líður þá er nú, samt önnur aðal
k00in
orsökin eins og verður og verið hefur. að þakka
þitt
elskulega og fróðlega bréf, sem ég meðtók, með bestu skilum 9 þ.m. ásamt yndælu myndaspjaldi og sem að sjáanlega hefur verið aðeins
verið
tæpan mánuð á leiðinni. Það bréf hefur þú byrjað
í
6 maí og sent nálægt 11. maí. Eg sé
á
þessu nýkomna bréfi til mín að um það bil er þú sendir
mér
bréf næst á undan þessu. hafir þú fengið bréf frá mér, og líklega sé það, sem ég sé að ég hef sent á stað 14 mars En svo sendi ég þér lika bréf 20 apríl, og það hefur þú ekki verið búin að fá, þegar þú sendir þétta sem ég gat um í byrjun þessa bréfs sem tæpast var von. Og mjög þótti mér vænt um að bréfið sem ég sendi H. J. br 8. apríl kom til skila. Því ég hugsa það sé bréfið sem þú gétur um að væri nýkomið þegar þú sendir þetta. Og nú um tíma verið að hlakka til að fá bréf frá honum Því ég held mig sé búið að dreyma fyrir því og þá dregst það sjaldan lengi úr því. Gaman hafði ég af því sem þú segir úti það, sem
ég
drap á við þig. ”Jiggerinn„ og fússinu sem fór í kallinn, af því
að
géta ekki þénað, eins og hann langaði til á svo raunar einföldu áháldi. Eftir nafninu að dæma þá er hann ekki héðan frá Winnipegosis. En líklega ruglast í meðferð af því uppfundningin er héðan; eins og ég líklega getið um áður. Gaman væri að fá glögga lýsing af
þessu
áhaldi eins og þú getur um að Ströndungar hafi búið til og reynt, ”og þó einfaldara„ því vel getur það verið að
geti
gagnist eins vel eða betur
ein
enkum á grunnu vatni
eins og Mývatni, og þó ég hefi ögn gert til að lýsa því
og
máski getað gert það skiljanlega, þá býst ég ekki við að lögun þessa áhalds geti komið að fullum notum. þar. þarf meiri vatns dýpt eins og ég hef áður líka
g
drepið á og því vel farið að það fórst fyrir að
þe
Mývetningar gleyptu
ekki
við því að kasta peningum í kallinn að óreyndu. 1930 fóru héðann til Íslands 3 karlmenn og 2 konur. Önnur konan settist að heima eða í Reykjavík; heitir Guðrún og vel þekt hér, sem ágæt hjúrunarkona og þar á meðal hjúkrað sumum dætrum okkar er þær láu á sæng. Hún misti mann sinn hér, 1918 minnir mig. Hann
hét
Elis Magnusson og hafði verið vörubjóður heima fyrir ”heildsala„ í Reykjavík, og ferðaðist kringum landið í þeim erindum og mundi nöfn á nökkrum þingeyingum sem hann hafði mætt á Húsavík og víðar, þar á meðal Stefán heitinn br okkar. Á þeim ferðum hafði hann eignast talsvert af myndum af norðlendingum og sýndi mér þær og gaf mér myndir af Jóhannesis klofstutta lík
a
lega bæði af því að ég hló svo hjartanlega að henni; og hann ekki síður að því hvernig ég lýsti honum, sérílega hvernig hann tók sig útá hestbaki með stuttan langsekk undir sér; ”og kýldur„!! Hann giftist og átti 6 börn, öll eins og hann; en dóu. Þeirri konu kyntist ég í Dakóta, þá gift þriðja manni sínum, sem hét Tómas, úr Dalasýslu. Hún var, er hún giftist Jóhannesi ekkja með 2 drengi Jón og Hjálmar. annar 2 1/2 árs hinn á 4. ári er faðir þeirra Hjálmar druknaði í Vestmannsvatni fyrir nú meira en 80 árum og bjuggu þau á Höskuldsstöðum. Hét Síðríður og systir gamla Jónasar á Helgastöðum. Húsbóndi okkar Línu forðum. aðra systir átti hann líka hér vestra Sessilju tengdamóðir Jóa blóðlausa. Jóni og Hjálmari sonum Sigriða kyntist eg mikið öll árin í Dakóta Kona Jóns var dóttir Jóeps föðurbróðir og Hét Haldóra, ein af mörgum, sem Gamalíelsættin hefur átt. þau hjón dáin bæði í Dakota hún fyrir nokkrum árum en hann áður. Hjálmar var nágranni minn í 9 ár í Dakóta, og flutti hér til Winnipegosis fyrir 3 árum til
sonar síns, sem á sölubúð hér. Hjálmar er nú á 85 ári og mjög hrumur eða hefur litla fótaferð, og að missa sjón og heyrn; var harðfjör og hraustur og líkur á voxt og málrón og Jónas gamli en þó viðveldnari í viðkynning. Þá er
að
geta þess, að 11 þ.m. var í bænum haldið ”Gullbrúðkaup íslenskra hjóna og færð þú máski, með tímanum gleddri fréttir af því í Heimskr. og svo mynd þeirra í ”Almanakinu„ fyrir 1930., sem ég sendi þér. Brúðhjónin voru Finnbogi Hjálmarsson, frændi? og Olöf kona hans. Okkur boðið hjónunum og vorum við þar, og höfðum góða skemtun. Lína hafði verið þar um tíma að heimsækja börn okkar þar og Jóhann sonur okkar og Loftur tengdasonur sottu mig á motorbat, og skiluðu okkur þannig heim aftur á samkomunni voru haldna ræður bæði á ensku og íslensku, og sungin ógrinnin öll af íslenskum lögum,
fels
flest gamlir kunningar frá smábands árum þeirra og okkar, og var vel
þigg
þegið og þakkað, enda flestir íslendingar þar af þeim, sem hér lifa enn og aldir upp á íslandi. Ekki tók ég neinn þátt í því enda radddaufur. þó flest a
ð
f lögun
um
sem sungin voru gamlir kunningjar mínir en meðal söngflökksins var
frent
4 af skylduliðinu Helga og Ólína dóttir hennar og Steinunn, og Guðný kona Stepháns okkar. Ólína hefur fengið talsverða kennslu í Píanóslætti, og
en
talið að hún sé gott efni í að stunda þá list og Steinunn systir hennar líka, sem er nokkuð yngri. enda foreldra þeirra bæði söngvin og
pab
hann snillingur á fiólín, enda er hann listfengur maður þó sérílagi verklega. En því miður er hann ekki heilsusterkur. Á þessari samkomu sá ég nú fyrst mann, sem hefur þó átt heima í bænum í 3-4 ár og aldri hittst svo á fyrri, þó ég hafi skroppið í bæinn. Það er Kjartan Metúsalemson og Jakóbínu, sem voru mótbýlíshjón okkar í Alftagerði, og höfðum mikla ánægju af að mæta honum og konu hans, sem okkur geðjaðist vel að, og í s.l. 3 missiri hefur hann haldið til hér langt norður með vatni og fjölskylan hans. en
telur
sér heimili í bænum. Hann er að sjá um það meðalmaður á hæð. bjart hár og í andlitsfalli, talsvert líkur afabróður sínum Sigurði á Kálfaströnd enda foreldrar hans bræðrabörn. Eg
s0
grípi nú til baka, að nefna fólkið sem héðan fór til íslands 1930. Pétur minntist ég á áður í bréfi, og brosti með sjálfum að því er þeim bræðrum hafði verið lýst fyrir þér, og eftir reynslu minni og annara hér á
þessum
lið ættarinn nú undanfarið, sérílagi þá gæti með sanni, lýst honum talsvert lakar
en
þér
f
var skýrt frá, en sleppi því í þetta sinn; en oftar enn einusinni, hef ég haft ástæðu til að eitthvað myndi; þessi maður hafa erft af afa sínum, sem getið er um í Bólu Hjálmars sögu, ef þú hefur lesið hana; - Þar er getið um
Jón
nokkurn
er
barði ólétta
kol
konu, svo blóð
ið
hennar streymdi niður um hana; og úr þessum umælum mínum getur þú lesið nóg. Þó hefðir þú máski hálfgam
an
af
smáátri
smáatriði, sem hleypt var af stokkunum, í fyrrasumar, í sambandi við skólamál hjá okkur hér, í því skyni að hnekkja gerðum og atkvæðum mínum í þeim málum og um leið að bola dóttur minni frá
skólanum
, en koma öðrum manni að, sem hafði þó verið
rekk
rekinn hér frá öðrum, skóla en hvers vegna gátu þeir ekki gert grein fyrir sem gengust fyrir þessum atvinnurógji við dóttir mína og var Pétur einn í þeirra tölu og 2 aðrir. Byrjuðu með því að koma mér útúr
nefn
skólanefndinni, sem þeir sjálfir þó höfðu margisnnis síðan skólinn
var
stofað
ur
kosið til nú í s.l. 18 ár fyrstu 4 árin, féhirðir og skrifari og þegar ég vildi losna við það, þá kusu þeir mig fyrir oddvita nefndarinnar
ar
eftir það á hverju 3. ára byli þangað til í fyrra; og varð feginn að losna við
það
; og þegar kosningin í fyrra fór fram var minn tími útrunnin, og stungið upp á öðrum og stutt, og ég sem forseti fundarins bað um atkvæði fundarmanna og nýr maður kosinn og
gef
bar ekki á neinum kur. og mig grunaði ekki neitt um tilganginn að koma mér nú frá. enda vissu allir sem á fundinum voru að ég vildi ekki hafa neitt með það að gera lengur. varð feginn að losna við alt ónæði lengur. en eftir fundinn fór það
að
koma greinilega í ljós að tilgangur var að
koma
hægra yrði
þó
að koma inn
0ð00
þessum öðrum kennara, sem ég nefdi áður
en mistókst þó algerlega, og það sveið þeim illa og reyndi þó þessi nýji formaður
og samherjar hans
hvað
0m 000 að00
að varna því
að
dóttir mín fengi skólann lengur.
og
en þegar þeir voru spurðir hvervegna þeir voru óánægðir yfir að hafa sama kennarann lengur gátu
þeir
engu svarað sér til málsbóta, enda vissu bæði þeir og fólkið
í heild sinni
að hún hafði stað vel í stöðu sinni og jafnvel börn þeirra manna sem stóðu að þessu
uppþátt
uppþoti, vildu fyrir hvern mun að hún fengi að halda áfram að kenna þeim og fólkið í heild í bygðinni vissum við að hafði líkað ágjætlega við hana, minnsta kosti, sem kennara, og frá eftirlitsmanni. (Inspector.) skólans hafði hún í höndum ágjæt vottorð fyrir
h
öll árin, sem hún er búin að kenna og eins frá menntamálastjórn fylkisins, og
eins
sömu leið frá undir og yfir skólum, sem
hún
var á þegar hún var að búa sig undir kennara-starfið og stóð því vel að vígi; og nú þegar hún mun vera í ment með að hverfa frá því, vitum við að hún skilar skjöld sínum hreinum, og með góðri samvisku, og það er okkur og þeim, sem þekkja hana best til gleði og að verðugu; en eins og
þú
skilur vel þá týni ég ekki
þetta
fram, sem hrós á hana, á kosnað hinna barna okkar, heldur kom það fram í sambandi við þetta mál. - og nóg um það. En til að skýra þér nákvæm skólamálin, þá samkvæmt lögum þá ræður skólanefndin kennarana; og þarf ekki til þessa
að
leyta álíts fólksins í bygðinni
endilega
, og þeirri fyrirskipun höfum við fylgt að mest
u
en hitt er ekki heldur bannað svo við höfum nú árin
á
undan minnst
á
það við aðstendendur barnanna á ársfundum skólans, til að sýna því að við myndum breyta
breyta
til og fá annan kennar ef einhverjir væru óánægðir, og altaf þangan til
í
fyrra fengið sömu svörin að óþarfi
væri
að breyta til. En til
að
segja söguna frá fleiri hliðum. Þá í síðasliðin 9 ár hefur svo viljað til að 2- af 3
m
ur í nefndinni hafa verið af minni
familíu
og hver
ju
vegna
mætti spyrja, blátt afram af því að fólkið í bygðinni hefur sjálft fengið að ráða óskorað
hverjir væru í nefndinni
. við gátum því auðvitað notað okkur það ef við vildum að ráða kennarann og gerðum það svo lengi
sem vissum
að
þeir, sem
við
réðum stóðu vel í stöðu sinni; og af eðlilegum ástæð létum við, (þó með fullu samþykki meðráðanda
00a
okk
ar
og fólksins) dóttir mína sitja fyrir atvinnunni, meðan vissa var fyrir því að hún leysti það forsvaranlega af hendi. En af þessu leiddi meðal annars það að peningar skólans runnu meira til okkar familíu. nl. kennaralaunin og þóknun til skrifarans. Jóhann okkar var það í 6 ár. en þegar hann flutti í bæinn; þá gekkst sá sem
nú
er formaður og
flyr
ymsir fleiri fyrir því að Árnina okkar tæki það embætti að sér, og var kosin
og
á löglegan hátt til 3
ja
ára og bæði hjá Jóhanni og henni öll útgjöld og inntektir staðið heima uppá eyrir. fólkið
á
hverjum ársfundi, fær að segja álit sitt um það og öll störf nefndarinnar og stjörnininni þá sent afskrift af því, vottfest af yfirskoðunarmönnum reikningann. Líka þá, skila kennarar skólaskirlsum fyrir hvert skólaár, sömuleiðis senda
þeir
mánaðarskýrslur sínar meðan skóli stendur yfir til stjórnarinnar, svo pukur og fjárdrættir sýnast, (ef
tir
þessum reglum
er fylgt
ekki
geta átt sér
stað
þó dæmi séu til þess þar sem lítið er er eftirlit og þá máski óráðvendni, sem viða ”leikur lausum hala.„ Enginn græddi neitt á þessu og þeir síst, sem brugguðu seiðinn, en
við það
að eignast öfundarmenn og sannast þar málshátturinn ”að aumur öfundslaus maður„ Það er sonur þessa Péturs, sem nú
er
formaður skólanefndarinn. Skólatiminn er úti næsta
næsta
mánudag, og
í
júlí verður ársfundur og
00
Árnínu tími er þá úti, og æltar hún ekki að vera við það lengur enda ekki fyrir öðru
að
en lélegum launum að ganga og vanþökk misindismanna. Og af því
ég
veit að
við
, skiljum við þessi
með
mál með góðri samvisku, er ég vel ánægður. og er mál að hætta þessu. Eg veit ekki betur en í ráði sé nú Stjana ætli að gifta sig í sumar eða næsta haust. mannsefni hennar á 2 lönd skamt frá bænum en byggingar á þeim eru í ólagi, og veit hvort þau setjast
þar að eð ekki. Brúðarefni Björns, er ung 17 ára og hefur
ur
verið og er í Winnipeg frá í haust, sem leið. Hún er af þýskum ættum og heitir ”Lína Libs„ Segi þér frá þessu, af því meðal annars að þú hafir vænst eftir að ég segði þér frá því að þau Stjana og Björn væru búin að ”staðfesta ráð sitt„ og geri ég sjálfsagt, ef ekki breytist veður í lofti. Þá langar mig næst að hugleyða sitt af hverju, sem er í bréfinu þínu. t.d. það hvað Tryggvi í Hólseli man eftir komu minni þangað. Það virðist að hafa haft áhrif á hann og ef þú skyldr mæta honum aftur þá bið ég þig að færa honum kveðju mína og einlægar þakkir fyrir að eiga og hafa geymt svo lengi minning um mig; og hana af góðhug að ég skil. Sjálfur man ég eftir ferð minni þá í Hólsel; og gisti þar aðeins eina nótt má ég segja og með mér þá gisti þar líka Hjálmar Helgason sem ég hef talað um við þig í bréfum mínum Það var vorið 1883 að Arnfríður móðir Tryggva kom í Garð og dvaldi nokkra daga og þegar hún lagði á stað heim var ég látinn fylgja henni. og í förina slóst einnig Sigríður kona J. H. á Helluvaði í
H
heimsókn að Grímsstöðum Þær báðar ríðandi en við Hjálmar ymist riðum eða gengum eftir því, sem bakendar okka leyfðu á hestum, sem við rákum austur til hagagöngu
m
Hann átti þá heima á Gautlöndum en var léður sera S. Sigfussyni við hestareksturinn. Fórum á ís yfir Jökulsa vestur eða suðvestur frá Hólsseli. En morgninum eftir var komin sunnan hitavindur og sólskin og hleypti stórfenninu í krap. Kr. Jóhannss bjó þá Fagradal, kom í Hólsen þann dag eftir taðæki og bauð okkur H. að koma með sér þangað og fórum með honum, og á leiðinni þegar hann var að hvíla hestinn fór í glímu við okkur, og
þ
sjálfsagt lagt okkur báða, og man en hvað lærvoðvarnir í karlinum voru sverir og harðir Í Fagradal fengum bæði mat; kaffi og eitt eða staup gaf hann
hverjum okkar, spilandi kátur og sýndi okkur öll bæjarhusin og fjárhús, og kvöddum karl með virtum og Hjálmar segir að á leiðinni til baka höfðum við verið að rífast um Mönnu dóttur ka
r
lins og hlóum mikið því er hann kom að heimsækja mig síðast hér höfum kveldverð í Hólsseli, og lögðum á stað suður í Grímstaði; og af því viður ókunnigir leiðinni þá kom okkur saman um að halda okkur nær ánn, en eftir að við við vorum komnir dálítið á leið þangað urðum við að snúa til baka vegna vaðals og obotnandi krapablam í lægðum, gengum niður að ánni þar, sem við fórum yfir hana á austurleið og leist svo á hana að hún myndi vera komin að því að riðja sig; greyp báða heimþrá svo sterk að okkur kom saman um að reyna að komast yfir hana áður sem okkur heppnist, en þegar við vorum rétt komnir uppá melbakkann að vestan svipti hún ísnum af sér í einni svipan. Þessu gleymum við Hjálmar víst ekki meðan við tórum. Vorum rennvotir enda margir pollar á leiðinni, og komum
um
seinnpart nætur niður að Strönd; og vorum víst báðir búnir að fá nóg, en Hjálmar sagði mér það nú fyrst að þegar við vorum búnir fá hressing og komnir þur föt, hefðum við Guðný systir hans varið að syngja saman; og það með að hún hefði verið bráðskotin í mér og sér hefði sýnst ég
he
gefa henni hyrt auga líka og vildi telja mér trú um það að því hefði fylgt alvara; en ekkert man
ekk
ég eftir því; svo hefur það ekki verið alvarlegt, ann hefði ég munað það, og segi þér þetta bara til að brósa að því. Líklega hefur þú ekki veirð komin heim af kvennaskólanum þegar þetta var. Annars man ég margt, sem fór fram á þeim árum og þykir innilega vænt um að heyra að þó nokkrir séu enn ofanjarðar, sem muna eftir mér. Hjálmar
br
hefur minnst á fleira
en
eitt í því sambandi t.d. vorið, sem hann var fermdur þá hafi ég reitt hann suður hraunin frá Strönd fyrir aftan mig og þá hafi ég sungið á leiðinni t.d. ”Ó hvað ég uni mér„ og sjálfsagt margt fl. Líklega verið þetta sama vor og ég var að talum hér á undan - 83. Og vorið sem ég fór vestur eða skömmu áður en við fórum alfarin hafði hann
og ég róið saman norður yfir vatnið. og þá hafi ég sungið. ”Hafað sækja víðar víðar„ Þetta mundi hann og mælti fleira í sambandi við það, sem vermdi mig ekki svo lítið. Í brúðkaupi B. Jónatanssonar í Haganesi vorum við Lína og átti ég lengi uppskrifað kvæði J. H.,
ern
fjörugt, og eitt með þeim betri eftir hann við þau tækifæri. Eg hef lítið séð af skáldskap B. nema vísur til Baldvins bróður, sem Árni í Árborg sendi mér til sýnis og eru góðar; að öðru leyti kyntist
0
ég B lítið og lélega. Veitst þú hver faðir hans var. Eg hef verið spurður að því hér vestra
00
veit það ekki. Þú spyrð um Kr Þorsteinsdóttir, hún lifir enn, og víst furðu ern og skrifar okkur stöðugt og við henni og biður mig alt af að skila kveðju til þín og segja sér fréttir ur Mývatnsveit, og geri ég með glöðu geði því hún hefur frá því fyrsta að við komum til þessa lands synt okkur fádæma trygð og veglyndi. Enda víst fáir, sem hafa kynst henni annað um hana að segja. Hún varð 80. ára 30 Sept 1933. um það leyti var haldið samsæti fyrir hana og fleir gamalmenni á Mountain. (framber Mántin) N-dakota. og ég sendi henni kvæði í tilefni af því; og fann að það hafði glatt hana; Þó ekki sé það nú neitt afbragð;
þ
hún segir mér að hún ætli að senda Hólmgeir bróður
sínum
það,
þetta var í
það var
þá
skömmu eftir samsætið. og hafi hún gért það, þá gætir þú vist fengið að sjá það hjá honum. ef þú fyndir hann, því þú ert svo væg í dómum um alt léttmetið hans bróður þíns, sem berfættur eins barn veður elginn, sér til dægradvalar í ræpunni sem ”drekinn spjó forðum utangarðs.„ og nú kemur mér það í að langt, sé síðan að eg hef heyrt vísu frá ”Þuru„ og hún muni ekki halda á hörpunni með sér útí ”Höfða„ eða Bárðarbás. sem hún klæða í fallega nýja búninginn gæti vel er að gætt.
0
orðið til að nafni hennar yrði haldið uppi um þúsundir ára, ekki síður enn mansins, sem leggur fram peningana. því þar haldast í hendur göfug hugsjón og gagnleg framkvæmd og ég óska af heilum hug að fái lifa það sjá
ávöxt þeirrar yðju sinnar eins hugur hennar stendur stendur til og seinunnið
hj
hljóti það að verða að klæða Ísland með skógji þá vinnur tíminn; elja og áhugji allar
þær
torfærur; Eg hef stundum verið hugsa um það hversvegna til d. við Mývatn sá maður hvergi votta fyrir fyrir skógarhríslum nema í hraununum þar; og ályktun þeirra hugsana minna orðið sú
undir áður enn
að undir hraunin
séu
sé enn lifandi trjágróður sem
sem
í margar aldir hefur verið að reyna að teygja sig upp í ”sólina og daginn„ og fengið þar skjól, og ef menn og dýr hefðu lofað þeim að lifa þar í friði, þó máski
f
smávaxinn vegna lélegs jarðvegs í sandinum. en víst þurfa ekki sumar trjátegundir djúpann jarðveg. það sýna skógarnir t.d. hér á ”Red Deer Point„ því
um
í þeim öllum er um það aðeins 6 þml. þykt lag af mold og undir henni möl og stór
gríti
blandað leir, sem mikið salt er í og nægur raki. Skjólið er mjög mikils virði fyrir ungar trjáplöntur. bæði flytir vexti þeirra og verða beinni enda æfinlega stæstu og fallegustu trén nokkuð inní honum en rýrari og kræklóttar í jöðrum hans. þó jarðvegur sér þar eins góður. Eg er búin að höggva mörg rjóður í skógum hér, bæði í röðum þeirra og lengra inní þeim og rjóðin inní þeim fyllast fljótt aftur en hin í jöðrunum seint og illa. og í sumum rjóðrunum verður nýgræðingurinn eftir 12-15 ár frá 12-20 fet á hæð. og frá 3
m
- 5 þml. gildur að neðan. En þetta er linasta tegundin sem
hér
er. kallað ”Poplar„ 2 sortir hvít og brún, askur og byrki þarf miklu fleiri fleiri ár, að þroskast, Einnig Grön (Spruce) sem mikið er brúkað af til bygginga. En hætti ég þessu rausi því 10
nd
blaðsíðan er á enda. Það er 22 júní í dag þann dag stigum við á skipsfjöl. 89. nú Föstudagur, næsta ár á Laugard. eins og þá. og þann 27. þ.m. 49 ár frá giftingardegi okkar. Vorið hefur verið með kaldara móti samt ér komið mikið gras og sumarskúr í fullum blóma um miðjann maí. Okkur líður öllum þolanlega eftir hætti Lína þakkar þér hjartanlega fyrir myndaspjaldið, sem er ljómandi fallegt en vill fá að vita hvar það er tikið; og sendum þér sameiginla hjartans kveðjur og öllum, sem við unnum og munum og muna okkur Þinn elskandi br. Þ S.